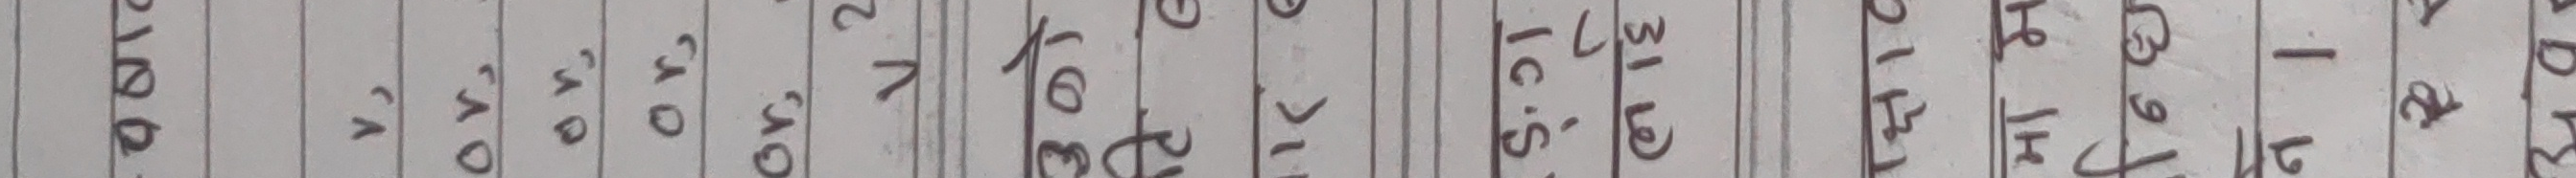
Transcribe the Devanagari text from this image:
डाटा
१ ८० ०। १२
१४। १५
१६। ५,
३।७।
८५।०,
४०,
४,
१०,
१०,
१०,
१०,
१००,
१००
१००,
१००
१००,
१००
१००,
१००,
१००,
१००,
१००,
१००,
१००,
१००,
१००,
१००,
१००,
१००,
१००,
१००,
१००,
१००,
१००,
१००,
१००,
१००,
१००,
१००,
१००,
१००,
१००,
१००,
१००,
१००,
१००,
१००,
१००,
१००,
१००,
१००,
१००,
१००,
१००,
१००,
१००,
१००,
१००,
१००,
१००,
१००,
१००,
१००,
१००,
१००,
१००,
१००,
१००,
१००,
१००,
१००,
१००,
१००,
१००,
१००,
१००,
१००,
१००,
१००,
१००,
१००,
१००,
१००,
१००,
१००,
१००,
१००,
१००,
१००,
१००,
१००,
१००,
१००,
१००,
१००,
१००,
१००,
१००,
१००,
१००,
१००,
१००,
१००,
१००,
१००,
१००,
१००,
१००,
१००,
१००,
१००,
१००,
१००,
१००,
१००,
१००,
१००,
१००,
१००,
१००,
१००,
१००,
१००,
१००,
१००,
१००,
१००,
१००,
१००,
१००,
१००,
१००,
१००,
१००,
१००,
१००,
१००,
१००,
१००,
१००,
१००,
१००,
१००,
१००,
१००,
१००,
१००,
१००,
१००,
१००,
१००,
१००,
१००,
१००,
१००,
१००,
१००,
१००,
१००,
१००,
१००,
१००,
१००,
१००,
१००,
१००,
१००,
१००,
१००,
१००,
१००,
१००,
१००,
१००,
१००,
१००,
१००,
१००,
१००,
१००,
१००,
१००,
१००,
१००,
१००,
१००,
१००,
१००,
१००,
१००,
१००,
१००,
१००,
१००,
१००,
१००,
१००,
१००,
१००,
१००,
१००,
१००,
१००,
१००,
१००,
१००,
१००,
१००,
१००,
१००,
१००,
१००,
१००,
१००,
१००,
१००,
१००,
१००,
१००,
१००,
१००,
१००,
१००,
१००,
१००,
१००,
१००,
१००,
१००,
१००,
१००,
१००,
१००,
१००,
१००,
१००,
१००,
१००,
१००,
१००,
१००,
१००,
१००,
१००,
१००,
१००,
१००,
१००,
१००,
१००,
१००,
१००,
१००,
१००,
१००,
१००,
१००,
१००,
१००,
१००,
१००,
१००,
१००,
१००,
१००,
१००,
१००,
१००,
१००,
१००,
१००,
१००,
१००,
१००,
१००,
१००,
१००,
१००,
१००,
१००,
१००,
१००,
१००,
१००,
१००,
१००,
१००,
१००,
१००,
१००,
१००,
१००,
१००,
१००,
१००,
१००,
१००,
१००,
१००,
१००,
१००,
१००,
१००,
१००,
१००,
१००,
१००,
१००,
१००,
१००,
१००,
१००,
१००,
१००,
१००,
१००,
१००,
१००,
१००,
१००,
१००,
१००,
१००,
१००,
१००,
१००,
१००,
१००,
१००,
१००,
१००,
१००,
१००,
१००,
१००,
१००,
१००,
१००,
१००,
१००,
१००,
१००,
१००,
१००,
१००,
१००,
१००,
१००,
१००,
१००,
१००,
१००,
१००,
१००,
१००,
१००,
१००,
१००,
१००,
१००,
१००,
१००,
१००,
१००,
१००,
१००,
१००,
१००,
१००,
१००,
१००,
१००,
१००,
१००,
१००,
१००,
१००,
१००,
१००,
१००,
१००,
१००,
१००,
१००,
१००,
१००,
१००,
१००,
१००,
१००,
१००,
१००,
१००,
१००,
१००,
१००,
१००,
१००,
१००,
१००,
१००,
१००,
१००,
१००,
१००,
१००,
१००,
१००,
१००,
१००,
१००,
१००,
१००,
१००,
१००,
१००,
१००,
१००,
१००,
१००,
१००,
१००,
१००,
१००,
१००,
१००,
१००,
१००,
१००,
१००,
१००,
१००,
१००,
१००,
१००,
१००,
१००,
१००,
१००,
१००,
१००,
१००,
१००,
१००,
१००,
१००,
१००,
१००,
१००,
१००,
१००,
१००,
१००,
१००,
१००,
१००,
१००,
१००,
१००,
१००,
१००,
१००,
१००,
१००,
१००,
१००,
१००,
१००,
१००,
१००,
१००,
१००,
१००,
१००,
१००,
१००,
१००,
१००,
१००,
१००,
१००,
१००,
१००,
१००,
१००,
१००,
१००,
१००,
१००,
१००,
१००,
१००,
१००,
१००,
१००,
१००,
१००,
१००,
१००,
१००,
१००,
१००,
१००,
१००,
१००,
१००,
१००,
१००,
१००,
१००,
१००,
१००,
१००,
१००,
१००,
१००,
१००,
१००,
१००,
१००,
१००,
१००,
१००,
१००,
१००,
१००,
१००,
१००,
१००,
१००,
१००,
१००,
१००,
१००,
१००,
१००,
१००,
१००,
१००,
१००,
१००,
१००,
१००,
१००,
१००,
१००,
१००,
१००,
१००,
१००,
१००,
१००,
१००,
१००,
१००,
१००,
१००,
१००,
१००,
१००,
१००,
१००,
१००,
१००,
१००,
१००,
१००,
१००,
१००,
१००,
१००,
१००,
१००,
१००,
१००,
१००,
१००,
१००,
१००,
१००,
१००,
१००,
१००,
१००,
१००,
१००,
१००,
१००,
१००,
१००,
१००,
१००,
१००,
१००,
१००,
१००,
१००,
१००,
१००,
१००,
१००,
१००,
१००,
१००,
१००,
१००,
१००,
१००,
१००,
१००,
१००,
१००,
१००,
१००,
१००,
१००,
१००,
१००,
१००,
१००,
१००,
१००,
१००,
१००,
१००,
१००,
१००,
१००,
१००,
१००,
१००,
१००,
१००,
१००,
१००,
१००,
१००,
१००,
१००,
१००,
१००,
१००,
१००,
१००,
१००,
१००,
१००,
१००,
१००,
१००,
१००,
१००,
१००,
१००,
१००,
१००,
१००,
१००,
१००,
१००,
१००,
१००,
१००,
१००,
१००,
१००,
१००,
१००,
१००,
१००,
१००,
१००,
१००,
१००,
१००,
१००,
१००,
१००,
१००,
१००,
१००,
१००,
१००,
१००,
१००,
१००,
१००,
१००,
१००,
१००,
१००,
१००,
१००,
१००,
१००,
१००,
१००,
१००,
१००,
१००,
१००,
१००,
१००,
१००,
१००,
१००,
१००,
१००,
१००,
१००,
१००,
१००,
१००,
१००,
१००,
१००,
१००,
१००,
१००,
१००,
१००,
१००,
१००,
१००,
१००,
१००,
१००,
१००,
१००,
१००,
१००,
१००,
१००,
१००,
१००,
१००,
१००,
१००,
१००,
१००,
१००,
१००,
१००,
१००,
१००,
१००,
१००,
१००,
१००,
१००,
१००,
१००,
१००,
१००,
१००,
१००,
१००,
१००,
१००,
१००,
१००,
१००,
१००,
१००,
१००,
१००,
१००,
१००,
१००,
१००,
१००,
१००,
१००,
१००,
१००,
१००,
१००,
१००,
१००,
१००,
१००,
१००,
१००,
१००,
१००,
१००,
१००,
१००,
१००,
१००,
१००,
१००,
१००,
१००,
१००,
१००,
१००,
१००,
१००,
१००,
१००,
१००,
१००,
१००,
१००,
१००,
१००,
१००,
१००,
१००,
१००,
१००,
१००,
१००,
१००,
१००,
१००,
१००,
१००,
१००,
१००,
१००,
१००,
१००,
१००,
१००,
१००,
१००,
१००,
१००,
१००,
१००,
१००,
१००,
१००,
१००,
१००,
१००,
१००,
१००,
१००,
१००,
१००,
१००,
१००,
१००,
१००,
१००,
१००,
१००,
१००,
१००,
१००,
१००,
१००,
१००,
१००,
१००,
१००,
१००,
१००,
१००,
१००,
१००,
१००,
१००,
१००,
१००,
१००,
१००,
१००,
१००,
१००,
१००,
१००,
१००,
१००,
१००,
१००,
१००,
१००,
१००,
१००,
१००,
१००,
१००,
१००,
१००,
१००,
१००,
१००,
१००,
१००,
१००,
१००,
१००,
१००,
१००,
१००,
१००,
१००,
१००,
१००,
१००,
१००,
१००,
१००,
१००,
१००,
१००,
१००,
१००,
१००,
१००,
१००,
१००,
१००,
१००,
१००,
१००,
१००,
१००,
१००,
१००,
१००,
१००,
१००,
१००,
१००,
१००,
१००,
१००,
१००,
१००,
१००,
१००,
१००,
१००,
१००,
१००,
१००,
१००,
१००,
१००,
१००,
१००,
१००,
१००,
१००,
१००,
१००,
१००,
१००,
१००,
१००,
१००,
१००,
१००,
१००,
१००,
१००,
१००,
१००,
१००,
१००,
१००,
१००,
१००,
१००,
१००,
१००,
१००,
१००,
१००,
१००,
१००,
१००,
१००,
१००,
१००,
१००,
१००,
१००,
१००,
१००,
१००,
१००,
१००,
१००,
१००,
१००,
१००,
१००,
१००,
१००,
१००,
१००,
१००,
१००,
१००,
१००,
१००,
१००,
१००,
१००,
१००,
१००,
१००,
१००,
१००,
१००,
१००,
१००,
१००,
१००,
१००,
१००,
१००,
१००,
१००,
१००,
१००,
१००,
१००,
१००,
१००,
१००,
१००,
१००,
१००,
१००,
१००,
१००,
१००,
१००,
१००,
१००,
१००,
१००,
१००,
१००,
१००,
१००,
१००,
१००,
१००,
१००,
१००,
१००,
१००,
१००,
१००,
१००,
१००,
१००,
१००,
१००,
१००,
१००,
१००,
१००,
१००,
१००,
१००,
१००,
१००,
१००,
१००,
१००,
१००,
१००,
१००,
१००,
१००,
१००,
१००,
१००,
१००,
१००,
१००,
१००,
१००,
१००,
१००,
१००,
१००,
१००,
१००,
१००,
१००,
१००,
१००,
१००,
१००,
१००,
१००,
१००,
१००,
१००,
१००,
१००,
१००,
१००,
१००,
१००,
१००,
१००,
१००,
१००,
१००,
१००,
१००,
१००,
१००,
१००,
१००,
१००,
१००,
१००,
१००,
१००,
१००,
१००,
१००,
१००,
१००,
१००,
१००,
१००,
१००,
१००,
१००,
१००,
१००,
१००,
१००,
१००,
१००,
१००,
१००,
१००,
१००,
१००,
१००,
१००,
१००,
१००,
१००,
१००,
१००,
१००,
१००,
१००,
१००,
१००,
१००,
१००,
१००,
१००,
१००,
१००,
१००,
१००,
१००,
१००,
१००,
१००,
१००,
१००,
१००,
१००,
१००,
१००,
१००,
१००,
१००,
१००,
१००,
१००,
१००,
१००,
१००,
१००,
१००,
१००,
१००,
१००,
१००,
१००,
१००,
१००,
१००,
१००,
१००,
१००,
१००,
१००,
१००,
१००,
१००,
१००,
१००,
१००,
१००,
१००,
१००,
१००,
१००,
१००,
१००,
१००,
१००,
१००,
१००,
१००,
१००,
१००,
१००,
१००,
१००,
१००,
१००,
१००,
१००,
१००,
१००,
१००,
१००,
१००,
१००,
१००,
१००,
१००,
१००,
१००,
१००,
१००,
१००,
१००,
१००,
१००,
१००,
१००,
१००,
१००,
१००,
१००,
१००,
१००,
१००,
१००,
१००,
१००,
१००,
१००,
१००,
१००,
१००,
१००,
१००,
१००,
१००,
१००,
१००,
१००,
१००,
१००,
१००,
१००,
१००,
१००,
१००,
१००,
१००,
१००,
१००,
१००,
१००,
१००,
१००,
१००,
१००,
१००,
१००,
१००,
१००,
१००,
१००,
१००,
१००,
१००,
१००,
१००,
१००,
१००,
१००,
१००,
१००,
१००,
१००,
१००,
१००,
१००,
१००,
१००,
१००,
१००,
१००,
१००,
१००,
१००,
१००,
१००,
१००,
१००,
१००,
१००,
१००,
१००,
१००,
१००,
१००,
१००,
१००,
१००,
१००,
१००,
१००,
१००,
१००,
१००,
१००,
१००,
१००,
१००,
१००,
१००,
१००,
१००,
१००,
१००,
१००,
१००,
१००,
१००,
१००,
१००,
१००,
१००,
१००,
१००,
१००,
१००,
१००,
१००,
१००,
१००,
१००,
१००,
१००,
१००,
१००,
१००,
१००,
१००,
१००,
१००,
१००,
१००,
१००,
१००,
१००,
१००,
१००,
१००,
१००,
१००,
१००,
१००,
१००,
१००,
१००,
१००,
१००,
१००,
१००,
१००,
१००,
१००,
१००,
१००,
१००,
१००,
१००,
१००,
१००,
१००,
१००,
१००,
१००,
१००,
१००,
१००,
१००,
१००,
१००,
१००,
१००,
१००,
१००,
१००,
१००,
१००,
१००,
१००,
१००,
१००,
१००,
१००,
१००,
१००,
१००,
१००,
१००,
१००,
१००,
१००,
१००,
१००,
१००,
१००,
१००,
१००,
१००,
१००,
१००,
१००,
१००,
१००,
१००,
१००,
१००,
१००,
१००,
१००,
१००,
१००,
१००,
१००,
१००,
१००,
१००,
१००,
१००,
१००,
१००,
१००,
१००,
१००,
१००,
१००,
१००,
१००,
१००,
१००,
१००,
१००,
१००,
१००,
१००,
१००,
१००,
१००,
१००,
१००,
१००,
१००,
१००,
१००,
१००,
१००,
१००,
१००,
१००,
१००,
१००,
१००,
१००,
१००,
१००,
१००,
१००,
१००,
१००,
१००,
१००,
१००,
१००,
१००,
१००,
१००,
१००,
१००,
१००,
१००,
१००,
१००,
१००,
१००,
१००,
१००,
१००,
१००,
१००,
१००,
१००,
१००,
१००,
१००,
१००,
१००,
१००,
१००,
१००,
१००,
१००,
१००,
१००,
१००,
१००,
१००,
१००,
१००,
१००,
१००,
१००,
१००,
१००,
१००,
१००,
१००,
१००,
१००,
१००,
१००,
१००,
१००,
१००,
१००,
१००,
१००,
१००,
१००,
१००,
१००,
१००,
१००,
१००,
१००,
१००,
१००,
१००,
१००,
१००,
१००,
१००,
१००,
१००,
१००,
१००,
१००,
१००,
१००,
१००,
१००,
१००,
१००,
१००,
१००,
१००,
१००,
१००,
१००,
१००,
१००,
१००,
१००,
१००,
१००,
१००,
१००,
१००,
१००,
१००,
१००,
१००,
१००,
१००,
१००,
१००,
१००,
१००,
१००,
१००,
१००,
१००,
१००,
१००,
१००,
१००,
१००,
१००,
१००,
१००,
१००,
१००,
१००,
१००,
१००,
१००,
१००,
१००,
१००,
१००,
१००,
१००,
१००,
१००,
१००,
१००,
१००,
१००,
१००,
१००,
१००,
१००,
१००,
१००,
१००,
१००,
१००,
१००,
१००,
१००,
१००,
१००,
१००,
१००,
१००,
१००,
१००,
१००,
१००,
१००,
१००,
१००,
१००,
१००,
१००,
१००,
१००,
१००,
१००,
१००,
१००,
१००,
१००,
१००,
१००,
१००,
१००,
१००,
१००,
१००,
१००,
१००,
१००,
१००,
१००,
१००,
१००,
१००,
१००,
१००,
१००,
१००,
१००,
१००,
१००,
१००,
१००,
१००,
१००,
१००,
१००,
१००,
१००,
१००,
१००,
१००,
१००,
१००,
१००,
१००,
१००,
१००,
१००,
१००,
१००,
१००,
१००,
१००,
१००,
१००,
१००,
१००,
१००,
१००,
१००,
१००,
१००,
१००,
१००,
१००,
१००,
१००,
१००,
१००,
१००,
१००,
१००,
१००,
१००,
१००,
१००,
१००,
१००,
१००,
१००,
१००,
१००,
१००,
१००,
१००,
१००,
१००,
१००,
१००,
१००,
१००,
१००,
१००,
१००,
१००,
१००,
१००,
१००,
१००,
१००,
१००,
१००,
१००,
१००,
१००,
१००,
१००,
१००,
१००,
१००,
१००,
१००,
१००,
१००,
१००,
१००,
१००,
१००,
१००,
१००,
१००,
१००,
१००,
१००,
१००,
१००,
१००,
१००,
१००,
१००,
१००,
१००,
१००,
१००,
१००,
१००,
१००,
१००,
१००,
१००,
१००,
१००,
१००,
१००,
१००,
१००,
१००,
१००,
१००,
१००,
१००,
१००,
१००,
१००,
१००,
१००,
१००,
१००,
१००,
१००,
१००,
१००,
१००,
१००,
१००,
१००,
१००,
१००,
१००,
१००,
१००,
१००,
१००,
१००,
१००,
१००,
१००,
१००,
१००,
१००,
१००,
१००,
१००,
१००,
१००,
१००,
१००,
१००,
१००,
१००,
१००,
१००,
१००,
१००,
१००,
१००,
१००,
१००,
१००,
१००,
१००,
१००,
१००,
१००,
१००,
१००,
१००,
१००,
१००,
१००,
१००,
१००,
१००,
१००,
१००,
१००,
१००,
१००,
१००,
१००,
१००,
१००,
१००,
१००,
१००,
१००,
१००,
१००,
१००,
१००,
१००,
१००,
१००,
१००,
१००,
१००,
१००,
१००,
१००,
१००,
१००,
१००,
१००,
१००,
१००,
१००,
१००,
१००,
१००,
१००,
१००,
१००,
१००,
१००,
१००,
१००,
१००,
१००,
१००,
१००,
१००,
१००,
१००,
१००,
१००,
१००,
१००,
१००,
१००,
१००,
१००,
१००,
१००,
१००,
१००,
१००,
१००,
१००,
१००,
१००,
१००,
१००,
१००,
१००,
१००,
१००,
१००,
१००,
१००,
१००,
१००,
१००,
१००,
१००,
१००,
१००,
१००,
१००,
१००,
१००,
१००,
१००,
१००,
१००,
१००,
१००,
१००,
१००,
१००,
१००,
१००,
१००,
१००,
१००,
१००,
१००,
१००,
१००,
१००,
१००,
१००,
१००,
१००,
१००,
१००,
१००,
१००,
१००,
१००,
१००,
१००,
१००,
१००,
१००,
१००,
१००,
१००,
१००,
१००,
१००,
१००,
१००,
१००,
१००,
१००,
१००,
१००,
१००,
१००,
१००,
१००,
१००,
१००,
१००,
१००,
१००,
१००,
१००,
१००,
१००,
१००,
१००,
१००,
१००,
१००,
१००,
१००,
१००,
१००,
१००,
१००,
१००,
१००,
१००,
१००,
१००,
१००,
१००,
१००,
१००,
१००,
१००,
१००,
१००,
१००,
१००,
१००,
१००,
१००,
१००,
१००,
१००,
१००,
१००,
१००,
१००,
१००,
१००,
१००,
१००,
१००,
१००,
१००,
१००,
१००,
१००,
१००,
१००,
१००,
१००,
१००,
१००,
१००,
१००,
१००,
१००,
१००,
१००,
१००,
१००,
१००,
१००,
१००,
१००,
१००,
१००,
१००,
१००,
१००,
१००,
१००,
१००,
१००,
१००,
१००,
१००,
१००,
१००,
१००,
१००,
१००,
१००,
१००,
१००,
१००,
१००,
१००,
१००,
१००,
१००,
१००,
१००,
१००,
१००,
१००,
१००,
१००,
१००,
१००,
१००,
१००,
१००,
१००,
१००,
१००,
१००,
१००,
१००,
१००,
१००,
१००,
१००,
१००,
१००,
१००,
१००,
१००,
१००,
१००,
१००,
१००,
१००,
१००,
१००,
१००,
१००,
१००,
१००,
१००,
१००,
१००,
१००,
१००,
१००,
१००,
१००,
१००,
१००,
१००,
१००,
१००,
१००,
१००,
१००,
१००,
१००,
१००,
१००,
१००,
१००,
१००,
१००,
१००,
१००,
१००,
१००,
१००,
१००,
१००,
१००,
१००,
१००,
१००,
१००,
१००,
१००,
१००,
१००,
१००,
१००,
१००,
१००,
१००,
१००,
१००,
१००,
१००,
१००,
१००,
१००,
१००,
१००,
१००,
१००,
१००,
१००,
१००,
१००,
१००,
१००,
१००,
१००,
१००,
१००,
१००,
१००,
१००,
१००,
१००,
१००,
१००,
१००,
१००,
१००,
१००,
१००,
१००,
१००,
१००,
१००,
१००,
१००,
१००,
१००,
१००,
१००,
१००,
१००,
१००,
१००,
१००,
१००,
१००,
१००,
१००,
१००,
१००,
१००,
१००,
१००,
१००,
१००,
१००,
१००,
१००,
१००,
१००,
१००,
१००,
१००,
१००,
१००,
१००,
१००,
१००,
१००,
१००,
१००,
१००,
१००,
१००,
१००,
१००,
१००,
१००,
१००,
१००,
१००,
१००,
१००,
१००,
१००,
१००,
१००,
१००,
१००,
१००,
१००,
१००,
१००,
१००,
१००,
१००,
१००,
१००,
१००,
१००,
१००,
१००,
१००,
१००,
१००,
१००,
१००,
१००,
१००,
१००,
१००,
१००,
१००,
१००,
१००,
१००,
१००,
१००,
१००,
१००,
१००,
१००,
१००,
१००,
१००,
१००,
१००,
१००,
१००,
१००,
१००,
१००,
१००,
१००,
१००,
१००,
१००,
१००,
१००,
१००,
१००,
१००,
१००,
१००,
१००,
१००,
१००,
१००,
१००,
१००,
१००,
१००,
१००,
१००,
१००,
१००,
१००,
१००,
१००,
१००,
१००,
१००,
१००,
१००,
१००,
१००,
१००,
१००,
१००,
१००,
१००,
१००,
१००,
१००,
१००,
१००,
१००,
१००,
१००,
१००,
१००,
१००,
१००,
१००,
१००,
१००,
१००,
१००,
१००,
१००,
१००,
१००,
१००,
१००,
१००,
१००,
१००,
१००,
१००,
१००,
१००,
१००,
१००,
१००,
१००,
१००,
१००,
१००,
१००,
१००,
१००,
१००,
१००,
१००,
१००,
१००,
१००,
१००,
१००,
१००,
१००,
१००,
१००,
१००,
१००,
१००,
१००,
१००,
१००,
१००,
१००,
१००,
१००,
१००,
१००,
१००,
१००,
१००,
१००,
१००,
१००,
१००,
१००,
१००,
१००,
१००,
१००,
१००,
१००,
१००,
१००,
१००,
१००,
१००,
१००,
१००,
१००,
१००,
१००,
१००,
१००,
१००,
१००,
१००,
१००,
१००,
१००,
१००,
१००,
१००,
१००,
१००,
१००,
१००,
१००,
१००,
१००,
१००,
१००,
१००,
१००,
१००,
१००,
१००,
१००,
१००,
१००,
१००,
१००,
१००,
१००,
१००,
१००,
१००,
१००,
१००,
१००,
१००,
१००,
१००,
१००,
१००,
१००,
१००,
१००,
१००,
१००,
१००,
१००,
१००,
१००,
१००,
१००,
१००,
१००,
१००,
१००,
१००,
१००,
१००,
१००,
१००,
१००,
१००,
१००,
१००,
१००,
१००,
१००,
१००,
१००,
१००,
१००,
१००,
१००,
१००,
१००,
१००,
१००,
१००,
१००,
१००,
१००,
१००,
१००,
१००,
१००,
१००,
१००,
१००,
१००,
१००,
१००,
१००,
१००,
१००,
१००,
१००,
१००,
१००,
१००,
१००,
१००,
१००,
१००,
१००,
१००,
१००,
१००,
१००,
१००,
१००,
१००,
१००,
१००,
१००,
१००,
१००,
१००,
१००,
१००,
१००,
१००,
१००,
१००,
१००,
१००,
१००,
१००,
१००,
१००,
१००,
१००,
१००,
१००,
१००,
१००,
१००,
१००,
१००,
१००,
१००,
१००,
१००,
१००,
१००,
१००,
१००,
१००,
१००,
१००,
१००,
१००,
१००,
१००,
१००,
१००,
१००,
१००,
१००,
१००,
१००,
१००,
१००,
१००,
१००,
१००,
१००,
१००,
१००,
१००,
१००,
१००,
१००,
१००,
१००,
१००,
१००,
१००,
१००,
१००,
१००,
१००,
१००,
१००,
१००,
१००,
१००,
१००,
१००,
१००,
१००,
१००,
१००,
१००,
१००,
१००,
१००,
१००,
१००,
१००,
१००,
१००,
१००,
१००,
१००,
१००,
१००,
१००,
१००,
१००,
१००,
१००,
१००,
१००,
१००,
१००,
१००,
१००,
१००,
१००,
१००,
१००,
१००,
१००,
१००,
१००,
१००,
१००,
१००,
१००,
१००,
१००,
१००,
१००,
१००,
१००,
१००,
१००,
१००,
१००,
१००,
१००,
१००,
१००,
१००,
१००,
१००,
१००,
१००,
१००,
१००,
१००,
१००,
१००,
१००,
१००,
१००,
१००,
१००,
१००,
१००,
१००,
१००,
१००,
१००,
१००,
१००,
१००,
१००,
१००,
१००,
१००,
१००,
१००,
१००,
१००,
१००,
१००,
१००,
१००,
१००,
१००,
१००,
१००,
१००,
१००,
१००,
१००,
१००,
१००,
१००,
१००,
१००,
१००,
१००,
१००,
१००,
१००,
१००,
१००,
१००,
१००,
१००,
१००,
१००,
१००,
१००,
१००,
१००,
१००,
१००,
१००,
१००,
१००,
१००,
१००,
१००,
१००,
१००,
१००,
१००,
१००,
१००,
१००,
१००,
१००,
१००,
१००,
१००,
१००,
१००,
१००,
१००,
१००,
१००,
१००,
१००,
१००,
१००,
१००,
१००,
१००,
१००,
१००,
१००,
१००,
१००,
१००,
१००,
१००,
१००,
१००,
१००,
१००,
१००,
१००,
१००,
१००,
१००,
१००,
१००,
१००,
१००,
१००,
१००,
१००,
१००,
१००,
१००,
१००,
१००,
१००,
१००,
१००,
१००,
१००,
१००,
१००,
१००,
१००,
१००,
१००,
१००,
१००,
१००,
१००,
१००,
१००,
१००,
१००,
१००,
१००,
१००,
१००,
१००,
१००,
१००,
१००,
१००,
१००,
१००,
१००,
१००,
१००,
१००,
१००,
१००,
१००,
१००,
१००,
१००,
१००,
१००,
१००,
१००,
१००,
१००,
१००,
१००,
१००,
१००,
१००,
१००,
१००,
१००,
१००,
१००,
१००,
१००,
१००,
१००,
१००,
१००,
१००,
१००,
१००,
१००,
१००,
१००,
१००,
१००,
१००,
१००,
१००,
१००,
१००,
१००,
१००,
१००,
१००,
१००,
१००,
१००,
१००,
१००,
१००,
१००,
१००,
१००,
१००,
१००,
१००,
१००,
१००,
१००,
१००,
१००,
१००,
१००,
१००,
१००,
१००,
१००,
१००,
१००,
१००,
१००,
१००,
१००,
१००,
१००,
१००,
१००,
१००,
१००,
१००,
१००,
१००,
१००,
१००,
१००,
१००,
१००,
१००,
१००,
१००,
१००,
१००,
१००,
१००,
१००,
१००,
१००,
१००,
१००,
१००,
१००,
१००,
१००,
१००,
१००,
१००,
१००,
१००,
१००,
१००,
१००,
१००,
१००,
१००,
१००,
१००,
१००,
१००,
१००,
१००,
१००,
१००,
१००,
१००,
१००,
१००,
१००,
१००,
१००,
१००,
१००,
१००,
१००,
१००,
१००,
१००,
१००,
१००,
१००,
१००,
१००,
१००,
१००,
१००,
१००,
१००,
१००,
१००,
१००,
१००,
१००,
१००,
१००,
१००,
१००,
१००,
१००,
१००,
१००,
१००,
१००,
१००,
१००,
१००,
१००,
१००,
१००,
१००,
१००,
१००,
१००,
१००,
१००,
१००,
१००,
१००,
१००,
१००,
१००,
१००,
१००,
१००,
१००,
१००,
१००,
१००,
१००,
१००,
१००,
१००,
१००,
१००,
१००,
१००,
१००,
१००,
१००,
१००,
१००,
१००,
१००,
१००,
१००,
१००,
१००,
१००,
१००,
१००,
१००,
१००,
१००,
१००,
१००,
१००,
१००,
१००,
१००,
१००,
१००,
१००,
१००,
१००,
१००,
१००,
१००,
१००,
१००,
१००,
१००,
१००,
१००,
१००,
१००,
१००,
१००,
१००,
१००,
१००,
१००,
१००,
१००,
१००,
१००,
१००,
१००,
१००,
१००,
१००,
१००,
१००,
१००,
१००,
१००,
१००,
१००,
१००,
१००,
१००,
१००,
१००,
१००,
१००,
१००,
१००,
१००,
१००,
१००,
१००,
१००,
१००,
१००,
१००,
१००,
१००,
१००,
१००,
१००,
१००,
१००,
१००,
१००,
१००,
१००,
१००,
१००,
१००,
१००,
१००,
१००,
१००,
१००,
१००,
१००,
१००,
१००,
१००,
१००,
१००,
१००,
१००,
१००,
१००,
१००,
१००,
१००,
१००,
१००,
१००,
१००,
१००,
१००,
१००,
१००,
१००,
१००,
१००,
१००,
१००,
१००,
१००,
१००,
१००,
१००,
१००,
१००,
१००,
१००,
१००,
१००,
१००,
१००,
१००,
१००,
१००,
१००,
१००,
१००,
१००,
१००,
१००,
१००,
१००,
१००,
१००,
१००,
१००,
१००,
१००,
१००,
१००,
१००,
१००,
१००,
१००,
१००,
१००,
१००,
१००,
१००,
१००,
१००,
१००,
१००,
१००,
१००,
१००,
१००,
१००,
१००,
१००,
१००,
१००,
१००,
१००,
१००,
१००,
१००,
१००,
१००,
१००,
१००,
१००,
१००,
१००,
१००,
१००,
१००,
१००,
१००,
१००,
१००,
१००,
१००,
१००,
१००,
१००,
१००,
१००,
१००,
१००,
१००,
१००,
१००,
१००,
१००,
१००,
१००,
१००,
१००,
१००,
१००,
१००,
१००,
१००,
१००,
१००,
१००,
१००,
१००,
१००,
१००,
१००,
१००,
१००,
१००,
१००,
१००,
१००,
१००,
१००,
१००,
१००,
१००,
१००,
१००,
१००,
१००,
१००,
१००,
१००,
१००,
१००,
१००,
१००,
१००,
१००,
१००,
१००,
१००,
१००,
१००,
१००,
१००,
१००,
१००,
१००,
१००,
१००,
१००,
१००,
१००,
१००,
१००,
१००,
१००,
१००,
१००,
१००,
१००,
१००,
१००,
१००,
१००,
१००,
१००,
१००,
१००,
१००,
१००,
१००,
१००,
१००,
१००,
१००,
१००,
१००,
१००,
१००,
१००,
१००,
१००,
१००,
१००,
१००,
१००,
१००,
१००,
१००,
१००,
१००,
१००,
१००,
१००,
१००,
१००,
१००,
१००,
१००,
१००,
१००,
१००,
१००,
१००,
१००,
१००,
१००,
१००,
१००,
१००,
१००,
१००,
१००,
१००,
१००,
१००,
१००,
१००,
१००,
१००,
१००,
१००,
१००,
१००,
१००,
१००,
१००,
१००,
१००,
१००,
१००,
१००,
१००,
१००,
१००,
१००,
१००,
१००,
१००,
१००,
१००,
१००,
१००,
१००,
१००,
१००,
१००,
१००,
१००,
१००,
१००,
१००,
१००,
१००,
१००,
१००,
१००,
१००,
१००,
१००,
१००,
१००,
१००,
१००,
१००,
१००,
१००,
१००,
१००,
१००,
१००,
१००,
१००,
१००,
१००,
१००,
१००,
१००,
१००,
१००,
१००,
१००,
१००,
१००,
१००,
१००,
१००,
१००,
१००,
१००,
१००,
१००,
१००,
१००,
१००,
१००,
१००,
१००,
१००,
१००,
१००,
१००,
१००,
१००,
१००,
१००,
१००,
१००,
१००,
१००,
१००,
१००,
१००,
१००,
१००,
१००,
१००,
१००,
१००,
१००,
१००,
१००,
१००,
१००,
१००,
१००,
१००,
१००,
१००,
१००,
१००,
१००,
१००,
१००,
१००,
१००,
१००,
१००,
१००,
१००,
१००,
१००,
१००,
१००,
१००,
१००,
१००,
१००,
१००,
१००,
१००,
१००,
१००,
१००,
१००,
१००,
१००,
१००,
१००,
१००,
१००,
१००,
१००,
१००,
१००,
१००,
१००,
१००,
१००,
१००,
१००,
१००,
१००,
१००,
१००,
१००,
१००,
१००,
१००,
१००,
१००,
१००,
१००,
१००,
१००,
१००,
१००,
१००,
१००,
१००,
१००,
१००,
१००,
१००,
१००,
१००,
१००,
१००,
१००,
१००,
१००,
१००,
१००,
१००,
१००,
१००,
१००,
१००,
१००,
१००,
१००,
१००,
१००,
१००,
१००,
१००,
१००,
१००,
१००,
१००,
१००,
१००,
१००,
१००,
१००,
१००,
१००,
१००,
१००,
१००,
१००,
१००,
१००,
१००,
१००,
१००,
१००,
१००,
१००,
१००,
१००,
१००,
१००,
१००,
१००,
१००,
१००,
१००,
१००,
१००,
१००,
१००,
१००,
१००,
१००,
१००,
१००,
१००,
१००,
१००,
१००,
१००,
१००,
१००,
१००,
१००,
१००,
१००,
१००,
१००,
१००,
१००,
१००,
१००,
१००,
१००,
१००,
१००,
१००,
१००,
१००,
१००,
१००,
१००,
१००,
१००,
१००,
१००,
१००,
१००,
१००,
१००,
१००,
१००,
१००,
१००,
१००,
१००,
१००,
१००,
१००,
१००,
१००,
१००,
१००,
१००,
१००,
१००,
१००,
१००,
१००,
१००,
१००,
१००,
१००,
१००,
१००,
१००,
१००,
१००,
१००,
१००,
१००,
१००,
१००,
१००,
१००,
१००,
१००,
१००,
१००,
१००,
१००,
१००,
१००,
१००,
१००,
१००,
१००,
१००,
१००,
१००,
१००,
१००,
१००,
१००,
१००,
१००,
१००,
१००,
१००,
१००,
१००,
१००,
१००,
१००,
१००,
१००,
१००,
१००,
१००,
१००,
१००,
१००,
१००,
१००,
१००,
१००,
१००,
१००,
१००,
१००,
१००,
१००,
१००,
१००,
१००,
१००,
१००,
१००,
१००,
१००,
१००,
१००,
१००,
१००,
१००,
१००,
१००,
१००,
१००,
१००,
१००,
१००,
१००,
१००,
१००,
१००,
१००,
१००,
१००,
१००,
१००,
१००,
१००,
१००,
१००,
१००,
१००,
१००,
१००,
१००,
१००,
१००,
१००,
१००,
१००,
१००,
१००,
१००,
१००,
१००,
१००,
१००,
१००,
१००,
१००,
१००,
१००,
१००,
१००,
१००,
१००,
१००,
१००,
१००,
१००,
१००,
१००,
१००,
१००,
१००,
१००,
१००,
१००,
१००,
१००,
१००,
१००,
१००,
१००,
१००,
१००,
१००,
१००,
१००,
१००,
१००,
१००,
१००,
१००,
१००,
१००,
१००,
१००,
१००,
१००,
१००,
१००,
१००,
१००,
१००,
१००,
१००,
१००,
१००,
१००,
१००,
१००,
१००,
१००,
१००,
१००,
१००,
१००,
१००,
१००,
१००,
१००,
१००,
१००,
१००,
१००,
१००,
१००,
१००,
१००,
१००,
१००,
१००,
१००,
१००,
१००,
१००,
१००,
१००,
१००,
१००,
१००,
१००,
१००,
१००,
१००,
१००,
१००,
१००,
१००,
१००,
१००,
१००,
१००,
१००,
१००,
१००,
१००,
१००,
१००,
१००,
१००,
१००,
१००,
१००,
१००,
१००,
१००,
१००,
१००,
१००,
१००,
१००,
१००,
१००,
१००,
१००,
१००,
१००,
१००,
१००,
१००,
१००,
१००,
१००,
१००,
१००,
१००,
१००,
१००,
१००,
१००,
१००,
१००,
१००,
१००,
१००,
१००,
१००,
१००,
१००,
१००,
१००,
१००,
१००,
१००,
१००,
१००,
१००,
१००,
१००,
१००,
१००,
१००,
१००,
१००,
१००,
१००,
१००,
१००,
१००,
१००,
१००,
१००,
१००,
१००,
१००,
१००,
१००,
१००,
१००,
१००,
१००,
१००,
१००,
१००,
१००,
१००,
१००,
१००,
१००,
१००,
१००,
१००,
१००,
१००,
१००,
१००,
१००,
१००,
१००,
१००,
१००,
१००,
१००,
१००,
१००,
१००,
१००,
१००,
१००,
१००,
१००,
१००,
१००,
१००,
१००,
१००,
१००,
१००,
१००,
१००,
१००,
१००,
१००,
१००,
१००,
१००,
१००,
१००,
१००,
१००,
१००,
१००,
१००,
१००,
१००,
१००,
१००,
१००,
१००,
१००,
१००,
१००,
१००,
१००,
१००,
१००,
१००,
१००,
१००,
१००,
१००,
१००,
१००,
१००,
१००,
१००,
१००,
१००,
१००,
१००,
१००,
१००,
१००,
१००,
१००,
१००,
१००,
१००,
१००,
१००,
१००,
१००,
१००,
१००,
१००,
१००,
१००,
१००,
१००,
१००,
१००,
१००,
१००,
१००,
१००,
१००,
१००,
१००,
१००,
१००,
१००,
१००,
१००,
१००,
१००,
१००,
१००,
१००,
१००,
१००,
१००,
१००,
१००,
१००,
१००,
१००,
१००,
१००,
१००,
१००,
१००,
१००,
१००,
१००,
१००,
१००,
१००,
१००,
१००,
१००,
१००,
१००,
१००,
१००,
१००,
१००,
१००,
१००,
१००,
१००,
१००,
१००,
१००,
१००,
१००,
१००,
१००,
१००,
१००,
१००,
१००,
१००,
१००,
१००,
१००,
१००,
१००,
१००,
१००,
१००,
१००,
१००,
१००,
१००,
१००,
१००,
१००,
१००,
१००,
१००,
१००,
१००,
१००,
१००,
१००,
१००,
१००,
१००,
१००,
१००,
१००,
१००,
१००,
१००,
१००,
१००,
१००,
१००,
१००,
१००,
१००,
१००,
१००,
१००,
१००,
१००,
१००,
१००,
१००,
१००,
१००,
१००,
१००,
१००,
१००,
१००,
१००,
१००,
१००,
१००,
१००,
१००,
१००,
१००,
१००,
१००,
१००,
१००,
१००,
१००,
१००,
१००,
१००,
१००,
१००,
१००,
१००,
१००,
१००,
१००,
१००,
१००,
१००,
१००,
१००,
१००,
१००,
१००,
१००,
१००,
१००,
१००,
१००,
१००,
१००,
१००,
१००,
१००,
१००,
१००,
१००,
१००,
१००,
१००,
१००,
१००,
१००,
१००,
१००,
१००,
१००,
१००,
१००,
१००,
१००,
१००,
१००,
१००,
१००,
१००,
१००,
१००,
१००,
१००,
१००,
१००,
१००,
१००,
१००,
१००,
१००,
१००,
१००,
१००,
१००,
१००,
१००,
१००,
१००,
१००,
१००,
१००,
१००,
१००,
१००,
१००,
१००,
१००,
१००,
१००,
१००,
१००,
१००,
१००,
१००,
१००,
१००,
१००,
१००,
१००,
१००,
१००,
१००,
१००,
१००,
१००,
१००,
१००,
१००,
१००,
१००,
१००,
१००,
१००,
१००,
१००,
१००,
१००,
१००,
१००,
१००,
१००,
१००,
१००,
१००,
१००,
१००,
१००,
१००,
१००,
१००,
१००,
१००,
१००,
१००,
१००,
१००,
१००,
१००,
१००,
१००,
१००,
१००,
१००,
१००,
१००,
१००,
१००,
१००,
१००,
१००,
१००,
१००,
१००,
१००,
१००,
१००,
१००,
१००,
१००,
१००,
१००,
१००,
१००,
१००,
१००,
१००,
१००,
१००,
१००,
१००,
१००,
१००,
१००,
१००,
१००,
१००,
१००,
१००,
१००,
१००,
१००,
१००,
१००,
१००,
१००,
१००,
१००,
१००,
१००,
१००,
१००,
१००,
१००,
१००,
१००,
१००,
१००,
१००,
१००,
१००,
१००,
१००,
१००,
१००,
१००,
१००,
१००,
१००,
१००,
१००,
१००,
१००,
१००,
१००,
१००,
१००,
१००,
१००,
१००,
१००,
१००,
१००,
१००,
१००,
१००,
१००,
१००,
१००,
१००,
१००,
१००,
१००,
१००,
१००,
१००,
१००,
१००,
१००,
१००,
१००,
१००,
१००,
१००,
१००,
१००,
१००,
१००,
१००,
१००,
१००,
१००,
१००,
१००,
१००,
१००,
१००,
१००,
१००,
१००,
१००,
१००,
१००,
१००,
१००,
१००,
१००,
१००,
१००,
१००,
१००,
१००,
१००,
१००,
१००,
१००,
१००,
१००,
१००,
१००,
१००,
१००,
१००,
१००,
१००,
१००,
१००,
१००,
१००,
१००,
१००,
१००,
१००,
१००,
१००,
१००,
१००,
१००,
१००,
१००,
१००,
१००,
१००,
१००,
१००,
१००,
१००,
१००,
१००,
१००,
१००,
१००,
१००,
१००,
१००,
१००,
१००,
१००,
१००,
१००,
१००,
१००,
१००,
१००,
१००,
१००,
१००,
१००,
१००,
१००,
१००,
१००,
१००,
१००,
१००,
१००,
१००,
१००,
१००,
१००,
१००,
१००,
१००,
१००,
१००,
१००,
१००,
१००,
१००,
१००,
१००,
१००,
१००,
१००,
१००,
१००,
१००,
१००,
१००,
१००,
१००,
१००,
१००,
१००,
१००,
१००,
१००,
१००,
१००,
१००,
१००,
१००,
१००,
१००,
१००,
१००,
१००,
१००,
१००,
१००,
१००,
१००,
१००,
१००,
१००,
१००,
१००,
१००,
१००,
१००,
१००,
१००,
१००,
१००,
१००,
१००,
१००,
१००,
१००,
१००,
१००,
१००,
१००,
१००,
१००,
१००,
१००,
१००,
१००,
१००,
१००,
१००,
१००,
१००,
१००,
१००,
१००,
१००,
१००,
१००,
१००,
१००,
१००,
१००,
१००,
१००,
१००,
१००,
१००,
१००,
१००,
१००,
१००,
१००,
१००,
१००,
१००,
१००,
१००,
१००,
१००,
१००,
१००,
१००,
१००,
१००,
१००,
१००,
१००,
१००,
१००,
१००,
१००,
१००,
१००,
१००,
१००,
१००,
१००,
१००,
१००,
१००,
१००,
१००,
१००,
१००,
१००,
१००,
१००,
१००,
१००,
१००,
१००,
१००, १२०,
२०,
१२०,
१२०,
१२०,
१२०,
१२०,
१२०,
१२०,
१२०,
१२०,
१२०,
१२०,
१२०,
१२०,
१२०,
१२०,
१२०,
१२०,
१२०,
१२०,
१२०,
१२०,
१२०,
१२०,
१२०,
१२०,
१२०,
१२०,
१२०,
१२०,
१२०,
१२०,
१२०,
१२०,
१२०,
१२०,
१२०,
१२०,
१२०,
१२०,
१२०,
१२०,
१२०,
१२०,
१२०,
१२०,
१२०,
१२०,
१२०,
१२०,
१२०,
१२०,
१२०,
१२०,
१२०,
१२०,
१२०,
१२०,
१२०,
१२०,
१२०,
१२०,
१२०,
१२०,
१२०,
१२०,
१२०,
१२०,
१२०,
१२०,
१२०,
१२०,
१२०,
१२०,
१२०,
१२०,
१२०,
१२०,
१२०,
१२०,
१२०,
१२०,
१२०,
१२०,
१२०,
१२०,
१२०,
१२०,
१२०,
१२०,
१२०,
१२०,
१२०,
१२०,
१२०,
१२०,
१२०,
१२०,
१२०,
१२०,
१२०,
१२०,
१२०,
१२०,
१२०,
१२०,
१२०,
१२०,
१२०,
१२०,
१२०,
१२०,
१२०,
१२०,
१२०,
१२०,
१२०,
१२०,
१२०,
१२०,
१२०,
१२०,
१२०,
१२०,
१२०,
१२०,
१२०,
१२०,
१२०,
१२०,
१२०,
१२०,
१२०,
१२०,
१२०,
१२०,
१२०,
१२०,
१२०,
१२०,
१२०,
१२०,
१२०,
१२०,
१२०,
१२०,
१२०,
१२०,
१२०,
१२०,
१२०,
१२०,
१२०,
१२०,
१२०,
१२०,
१२०,
१२०,
१२०,
१२०,
१२०,
१२०,
१२०,
१२०,
१२०,
१२०,
१२०,
१२०,
१२०,
१२०,
१२०,
१२०,
१२०,
१२०,
१२०,
१२०,
१२०,
१२०,
१२०,
१२०,
१२०,
१२०,
१२०,
१२०,
१२०,
१२०,
१२०,
१२०,
१२०,
१२०,
१२०,
१२०,
१२०,
१२०,
१२०,
१२०,
१२०,
१२०,
१२०,
१२०,
१२०,
१२०,
१२०,
१२०,
१२०,
१२०,
१२०,
१२०,
१२०,
१२०,
१२०,
१२०,
१२०,
१२०,
१२०,
१२०,
१२०,
१२०,
१२०,
१२०,
१२०,
१२०,
१२०,
१२०,
१२०,
१२०,
१२०,
१२०,
१२०,
१२०,
१२०,
१२०,
१२०,
१२०,
१२०,
१२०,
१२०,
१२०,
१२०,
१२०,
१२०,
१२०,
१२०,
१२०,
१२०,
१२०,
१२०,
१२०,
१२०,
१२०,
१२०,
१२०,
१२०,
१२०,
१२०,
१२०,
१२०,
१२०,
१२०,
१२०,
१२०,
१२०,
१२०,
१२०,
१२०,
१२०,
१२०,
१२०,
१२०,
१२०,
१२०,
१२०,
१२०,
१२०,
१२०,
१२०,
१२०,
१२०,
१२०,
१२०,
१२०,
१२०,
१२०,
१२०,
१२०,
१२०,
१२०,
१२०,
१२०,
१२०,
१२०,
१२०,
१२०,
१२०,
१२०,
१२०,
१२०,
१२०,
१२०,
१२०,
१२०,
१२०,
१२०,
१२०,
१२०,
१२०,
१२०,
१२०,
१२०,
१२०,
१२०,
१२०,
१२०,
१२०,
१२०,
१२०,
१२०,
१२०,
१२०,
१२०,
१२०,
१२०,
१२०,
१२०,
१२०,
१२०,
१२०,
१२०,
१२०,
१२०,
१२०,
१२०,
१२०,
१२०,
१२०,
१२०,
१२०,
१२०,
१२०,
१२०,
१२०,
१२०,
१२०,
१२०,
१२०,
१२०,
१२०,
१२०,
१२०,
१२०,
१२०,
१२०,
१२०,
१२०,
१२०,
१२०,
१२०,
१२०,
१२०,
१२०,
१२०,
१२०,
१२०,
१२०,
१२०,
१२०,
१२०,
१२०,
१२०,
१२०,
१२०,
१२०,
१२०,
१२०,
१२०,
१२०,
१२०,
१२०,
१२०,
१२०,
१२०,
१२०,
१२०,
१२०,
१२०,
१२०,
१२०,
१२०,
१२०,
१२०,
१२०,
१२०,
१२०,
१२०,
१२०,
१२०,
१२०,
१२०,
१२०,
१२०,
१२०,
१२०,
१२०,
१२०,
१२०,
१२०,
१२०,
१२०,
१२०,
१२०,
१२०,
१२०,
१२०,
१२०,
१२०,
१२०,
१२०,
१२०,
१२०,
१२०,
१२०,
१२०,
१२०,
१२०,
१२०,
१२०,
१२०,
१२०,
१२०,
१२०,
१२०,
१२०,
१२०,
१२०,
१२०,
१२०,
१२०,
१२०,
१२०,
१२०,
१२०,
१२०,
१२०,
१२०,
१२०,
१२०,
१२०,
१२०,
१२०,
१२०,
१२०,
१२०,
१२०,
१२०,
१२०,
१२०,
१२०,
१२०,
१२०,
१२०,
१२०,
१२०,
१२०,
१२०,
१२०,
१२०,
१२०,
१२०,
१२०,
१२०,
१२०,
१२०,
१२०,
१२०,
१२०,
१२०,
१२०,
१२०,
१२०,
१२०,
१२०,
१२०,
१२०,
१२०,
१२०,
१२०,
१२०,
१२०,
१२०,
१२०,
१२०,
१२०,
१२०,
१२०,
१२०,
१२०,
१२०,
१२०,
१२०,
१२०,
१२०,
१२०,
१२०,
१२०,
१२०,
१२०,
१२०,
१२०,
१२०,
१२०,
१२०,
१२०,
१२०,
१२०,
१२०,
१२०,
१२०,
१२०,
१२०,
१२०,
१२०,
१२०,
१२०,
१२०,
१२०,
१२०,
१२०,
१२०,
१२०,
१२०,
१२०,
१२०,
१२०,
१२०,
१२०,
१२०,
१२०,
१२०,
१२०,
१२०,
१२०,
१२०,
१२०,
१२०,
१२०,
१२०,
१२०,
१२०,
१२०,
१२०,
१२०,
१२०,
१२०,
१२०,
१२०,
१२०,
१२०,
१२०,
१२०,
१२०,
१२०,
१२०,
१२०,
१२०,
१२०,
१२०,
१२०,
१२०,
१२०,
१२०,
१२०,
१२०,
१२०,
१२०,
१२०,
१२०,
१२०,
१२०,
१२०,
१२०,
१२०,
१२०,
१२०,
१२०,
१२०,
१२०,
१२०,
१२०,
१२०,
१२०,
१२०,
१२०,
१२०,
१२०,
१२०,
१२०,
१२०,
१२०,
१२०,
१२०,
१२०,
१२०,
१२०,
१२०,
१२०,
१२०,
१२०,
१२०,
१२०,
१२०,
१२०,
१२०,
१२०,
१२०,
१२०,
१२०,
१२०,
१२०,
१२०,
१२०,
१२०,
१२०,
१२०,
१२०,
१२०,
१२०,
१२०,
१२०,
१२०,
१२०,
१२०,
१२०,
१२०,
१२०,
१२०,
१२०,
१२०,
१२०,
१२०,
१२०,
१२०,
१२०,
१२०,
१२०,
१२०,
१२०,
१२०,
१२०,
१२०,
१२०,
१२०,
१२०,
१२०,
१२०,
१२०,
१२०,
१२०,
१२०,
१२०,
१२०,
१२०,
१२०,
१२०,
१२०,
१२०,
१२०,
१२०,
१२०,
१२०,
१२०,
१२०,
१२०,
१२०,
१२०,
१२०,
१२०,
१२०,
१२०,
१२०,
१२०,
१२०,
१२०,
१२०,
१२०,
१२०,
१२०,
१२०,
१२०,
१२०,
१२०,
१२०,
१२०,
१२०,
१२०,
१२०,
१२०,
१२०,
१२०,
१२०,
१२०,
१२०,
१२०,
१२०,
१२०,
१२०,
१२०,
१२०,
१२०,
१२०,
१२०,
१२०,
१२०,
१२०,
१२०,
१२०,
१२०,
१२०,
१२०,
१२०,
१२०,
१२०,
१२०,
१२०,
१२०,
१२०,
१२०,
१२०,
१२०,
१२०,
१२०,
१२०,
१२०,
१२०,
१२०,
१२०,
१२०,
१२०,
१२०,
१२०,
१२०,
१२०,
१२०,
१२०,
१२०,
१२०,
१२०,
१२०,
१२०,
१२०,
१२०,
१२०,
१२०,
१२०,
१२०,
१२०,
१२०,
१२०,
१२०,
१२०,
१२०,
१२०,
१२०,
१२०,
१२०,
१२०,
१२०,
१२०,
१२०,
१२०,
१२०,
१२०,
१२०,
१२०,
१२०,
१२०,
१२०,
१२०,
१२०,
१२०,
१२०,
१२०,
१२०,
१२०,
१२०,
१२०,
१२०,
१२०,
१२०,
१२०,
१२०,
१२०,
१२०,
१२०,
१२०,
१२०,
१२०,
१२०,
१२०,
१२०,
१२०,
१२०,
१२०,
१२०,
१२०,
१२०,
१२०,
१२०,
१२०,
१२०,
१२०,
१२०,
१२०,
१२०,
१२०,
१२०,
१२०,
१२०,
१२०,
१२०,
१२०,
१२०,
१२०,
१२०,
१२०,
१२०,
१२०,
१२०,
१२०,
१२०,
१२०,
१२०,
१२०,
१२०,
१२०,
१२०,
१२०,
१२०,
१२०,
१२०,
१२०,
१२०,
१२०,
१२०,
१२०,
१२०,
१२०,
१२०,
१२०,
१२०,
१२०,
१२०,
१२०,
१२०,
१२०,
१२०,
१२०,
१२०,
१२०,
१२०,
१२०,
१२०,
१२०,
१२०,
१२०,
१२०,
१२०,
१२०,
१२०,
१२०,
१२०,
१२०,
१२०,
१२०,
१२०,
१२०,
१२०,
१२०,
१२०,
१२०,
१२०,
१२०,
१२०,
१२०,
१२०,
१२०,
१२०,
१२०,
१२०,
१२०,
१२०,
१२०,
१२०,
१२०,
१२०,
१२०,
१२०,
१२०,
१२०,
१२०,
१२०,
१२०,
१२०,
१२०,
१२०,
१२०,
१२०,
१२०,
१२०,
१२०,
१२०,
१२०,
१२०,
१२०,
१२०,
१२०,
१२०,
१२०,
१२०,
१२०,
१२०,
१२०,
१२०,
१२०,
१२०,
१२०,
१२०,
१२०,
१२०,
१२०,
१२०,
१२०,
१२०,
१२०,
१२०,
१२०,
१२०,
१२०,
१२०,
१२०,
१२०,
१२०,
१२०,
१२०,
१२०,
१२०,
१२०,
१२०,
१२०,
१२०,
१२०,
१२०,
१२०,
१२०,
१२०,
१२०,
१२०,
१२०,
१२०,
१२०,
१२०,
१२०,
१२०,
१२०,
१२०,
१२०,
१२०,
१२०,
१२०,
१२०,
१२०,
१२०,
१२०,
१२०,
१२०,
१२०,
१२०,
१२०,
१२०,
१२०,
१२०,
१२०,
१२०,
१२०,
१२०,
१२०,
१२०,
१२०,
१२०,
१२०,
१२०,
१२०,
१२०,
१२०,
१२०,
१२०,
१२०,
१२०,
१२०,
१२०,
१२०,
१२०,
१२०,
१२०,
१२०,
१२०,
१२०,
१२०,
१२०,
१२०,
१२०,
१२०,
१२०,
१२०,
१२०,
१२०,
१२०,
१२०,
१२०,
१२०,
१२०,
१२०,
१२०,
१२०,
१२०,
१२०,
१२०,
१२०,
१२०,
१२०,
१२०,
१२०,
१२०,
१२०,
१२०,
१२०,
१२०,
१२०,
१२०,
१२०,
१२०,
१२०,
१२०,
१२०,
१२०,
१२०,
१२०,
१२०,
१२०,
१२०,
१२०,
१२०,
१२०,
१२०,
१२०,
१२०,
१२०,
१२०,
१२०,
१२०,
१२०,
१२०,
१२०,
१२०,
१२०,
१२०,
१२०,
१२०,
१२०,
१२०,
१२०,
१२०,
१२०,
१२०,
१२०,
१२०,
१२०,
१२०,
१२०,
१२०,
१२०,
१२०,
१२०,
१२०,
१२०,
१२०,
१२०,
१२०,
१२०,
१२०,
१२०,
१२०,
१२०,
१२०,
१२०,
१२०,
१२०,
१२०,
१२०,
१२०,
१२०,
१२०,
१२०,
१२०,
१२०,
१२०,
१२०,
१२०,
१२०,
१२०,
१२०,
१२०,
१२०,
१२०,
१२०,
१२०,
१२०,
१२०,
१२०,
१२०,
१२०,
१२०,
१२०,
१२०,
१२०,
१२०,
१२०,
१२०,
१२०,
१२०,
१२०,
१२०,
१२०,
१२०,
१२०,
१२०,
१२०,
१२०,
१२०,
१२०,
१२०,
१२०,
१२०,
१२०,
१२०,
१२०,
१२०,
१२०,
१२०,
१२०,
१२०,
१२०,
१२०,
१२०,
१२०,
१२०,
१२०,
१२०,
१२०,
१२०,
१२०,
१२०,
१२०,
१२०,
१२०,
१२०,
१२०,
१२०,
१२०,
१२०,
१२०,
१२०,
१२०,
१२०,
१२०,
१२०,
१२०,
१२०,
१२०,
१२०,
१२०,
१२०,
१२०,
१२०,
१२०,
१२०,
१२०,
१२०,
१२०,
१२०,
१२०,
१२०,
१२०,
१२०,
१२०,
१२०,
१२०,
१२०,
१२०,
१२०,
१२०,
१२०,
१२०,
१२०,
१२०,
१२०,
१२०,
१२०,
१२०,
१२०,
१२०,
१२०,
१२०,
१२०,
१२०,
१२०,
१२०,
१२०,
१२०,
१२०,
१२०,
१२०,
१२०,
१२०,
१२०,
१२०,
१२०,
१२०,
१२०,
१२०,
१२०,
१२०,
१२०,
१२०,
१२०,
१२०,
१२०,
१२०,
१२०,
१२०,
१२०,
१२०,
१२०,
१२०,
१२०,
१२०,
१२०,
१२०,
१२०,
१२०,
१२०,
१२०,
१२०,
१२०,
१२०,
१२०,
१२०,
१२०,
१२०,
१२०,
१२०,
१२०,
१२०,
१२०,
१२०,
१२०,
१२०,
१२०,
१२०,
१२०,
१२०,
१२०,
१२०,
१२०,
१२०,
१२०,
१२०,
१२०,
१२०,
१२०,
१२०,
१२०,
१२०,
१२०,
१२०,
१२०,
१२०,
१२०,
१२०,
१२०,
१२०,
१२०,
१२०,
१२०,
१२०,
१२०,
१२०,
१२०,
१२०,
१२०,
१२०,
१२०,
१२०,
१२०,
१२०,
१२०,
१२०,
१२०,
१२०,
१२०,
१२०,
१२०,
१२०,
१२०,
१२०,
१२०,
१२०,
१२०,
१२०,
१२०,
१२०,
१२०,
१२०,
१२०,
१२०,
१२०,
१२०,
१२०,
१२०,
१२०,
१२०,
१२०,
१२०,
१२०,
१२०,
१२०,
१२०,
१२०,
१२०,
१२०,
१२०,
१२०,
१२०,
१२०,
१२०,
१२०,
१२०,
१२०,
१२०,
१२०,
१२०,
१२०,
१२०,
१२०,
१२०,
१२०,
१२०,
१२०,
१२०,
१२०,
१२०,
१२०,
१२०,
१२०,
१२०,
१२०,
१२०,
१२०,
१२०,
१२०,
१२०,
१२०,
१२०,
१२०,
१२०,
१२०,
१२०,
१२०,
१२०,
१२०,
१२०,
१२०,
१२०,
१२०,
१२०,
१२०,
१२०,
१२०,
१२०,
१२०,
१२०,
१२०,
१२०,
१२०,
१२०,
१२०,
१२०,
१२०,
१२०,
१२०,
१२०,
१२०,
१२०,
१२०,
१२०,
१२०,
१२०,
१२०,
१२०,
१२०,
१२०,
१२०,
१२०,
१२०,
१२०,
१२०,
१२०,
१२०,
१२०,
१२०,
१२०,
१२०,
१२०,
१२०,
१२०,
१२०,
१२०,
१२०,
१२०,
१२०,
१२०,
१२०,
१२०,
१२०,
१२०,
१२०,
१२०,
१२०,
१२०,
१२०,
१२०,
१२०,
१२०,
१२०,
१२०,
१२०,
१२०,
१२०,
१२०,
१२०,
१२०,
१२०,
१२०,
१२०,
१२०,
१२०,
१२०,
१२०,
१२०,
१२०,
१२०,
१२०,
१२०,
१२०,
१२०,
१२०,
१२०,
१२०,
१२०,
१२०,
१२०,
१२०,
१२०,
१२०,
१२०,
१२०,
१२०,
१२०,
१२०,
१२०,
१२०,
१२०,
१२०,
१२०,
१२०,
१२०,
१२०,
१२०,
१२०,
१२०,
१२०,
१२०,
१२०,
१२०,
१२०,
१२०,
१२०,
१२०,
१२०,
१२०,
१२०,
१२०,
१२०,
१२०,
१२०,
१२०,
१२०,
१२०,
१२०,
१२०,
१२०,
१२०,
१२०,
१२०,
१२०,
१२०,
१२०,
१२०,
१२०,
१२०,
१२०,
१२०,
१२०,
१२०,
१२०,
१२०,
१२०,
१२०,
१२०,
१२०,
१२०,
१२०,
१२०,
१२०,
१२०,
१२०,
१२०,
१२०,
१२०,
१२०,
१२०,
१२०,
१२०,
१२०,
१२०,
१२०,
१२०,
१२०,
१२०,
१२०,
१२०,
१२०,
१२०,
१२०,
१२०,
१२०,
१२०,
१२०,
१२०,
१२०,
१२०,
१२०,
१२०,
१२०,
१२०,
१२०,
१२०,
१२०,
१२०,
१२०,
१२०,
१२०,
१२०,
१२०,
१२०,
१२०,
१२०,
१२०,
१२०,
१२०,
१२०,
१२०,
१२०,
१२०,
१२०,
१२०,
१२०,
१२०,
१२०,
१२०,
१२०,
१२०,
१२०,
१२०,
१२०,
१२०,
१२०,
१२०,
१२०,
१२०,
१२०,
१२०,
१२०,
१२०,
१२०,
१२०,
१२०,
१२०,
१२०,
१२०,
१२०,
१२०,
१२०,
१२०,
१२०,
१२०,
१२०,
१२०,
१२०,
१२०,
१२०,
१२०,
१२०,
१२०,
१२०,
१२०,
१२०,
१२०,
१२०,
१२०,
१२०,
१२०,
१२०,
१२०,
१२०,
१२०,
१२०,
१२०,
१२०,
१२०,
१२०,
१२०,
१२०,
१२०,
१२०,
१२०,
१२०,
१२०,
१२०,
१२०,
१२०,
१२०,
१२०,
१२०,
१२०,
१२०,
१२०,
१२०,
१२०,
१२०,
१२०,
१२०,
१२०,
१२०,
१२०,
१२०,
१२०,
१२०,
१२०,
१२०,
१२०,
१२०,
१२०,
१२०,
१२०,
१२०,
१२०,
१२०,
१२०,
१२०,
१२०,
१२०,
१२०,
१२०,
१२०,
१२०,
१२०,
१२०,
१२०,
१२०,
१२०,
१२०,
१२०,
१२०,
१२०,
१२०,
१२०,
१२०,
१२०,
१२०,
१२०,
१२०,
१२०,
१२०,
१२०,
१२०,
१२०,
१२०,
१२०,
१२०,
१२०,
१२०,
१२०,
१२०,
१२०,
१२०,
१२०,
१२०,
१२०,
१२०,
१२०,
१२०,
१२०,
१२०,
१२०,
१२०,
१२०,
१२०,
१२०,
१२०,
१२०,
१२०,
१२०,
१२०,
१२०,
१२०,
१२०,
१२०,
१२०,
१२०,
१२०,
१२०,
१२०,
१२०,
१२०,
१२०,
१२०,
१२०,
१२०,
१२०,
१२०,
१२०,
१२०,
१२०,
१२०,
१२०,
१२०,
१२०,
१२०,
१२०,
१२०,
१२०,
१२०,
१२०,
१२०,
१२०,
१२०,
१२०,
१२०,
१२०,
१२०,
१२०,
१२०,
१२०,
१२०,
१२०,
१२०,
१२०,
१२०,
१२०,
१२०,
१२०,
१२०,
१२०,
१२०,
१२०,
१२०,
१२०,
१२०,
१२०,
१२०,
१२०,
१२०,
१२०,
१२०,
१२०,
१२०,
१२०,
१२०,
१२०,
१२०,
१२०,
१२०,
१२०,
१२०,
१२०,
१२०,
१२०,
१२०,
१२०,
१२०,
१२०,
१२०,
१२०,
१२०,
१२०,
१२०,
१२०,
१२०,
१२०,
१२०,
१२०,
१२०,
१२०,
१२०,
१२०,
१२०,
१२०,
१२०,
१२०,
१२०,
१२०,
१२०,
१२०,
१२०,
१२०,
१२०,
१२०,
१२०,
१२०,
१२०,
१२०,
१२०,
१२०,
१२०,
१२०,
१२०,
१२०,
१२०,
१२०,
१२०,
१२०,
१२०,
१२०,
१२०,
१२०,
१२०,
१२०,
१२०,
१२०,
१२०,
१२०,
१२०,
१२०,
१२०,
१२०,
१२०,
१२०,
१२०,
१२०,
१२०,
१२०,
१२०,
१२०,
१२०,
१२०,
१२०,
१२०,
१२०,
१२०,
१२०,
१२०,
१२०,
१२०,
१२०,
१२०,
१२०,
१२०,
१२०,
१२०,
१२०,
१२०,
१२०,
१२०,
१२०,
१२०,
१२०,
१२०,
१२०,
१२०,
१२०,
१२०,
१२०,
१२०,
१२०,
१२०,
१२०,
१२०,
१२०,
१२०,
१२०,
१२०,
१२०,
१२०,
१२०,
१२०,
१२०,
१२०,
१२०,
१२०,
१२०,
१२०,
१२०,
१२०,
१२०,
१२०,
१२०,
१२०,
१२०,
१२०,
१२०,
१२०,
१२०,
१२०,
१२०,
१२०,
१२०,
१२०,
१२०,
१२०,
१२०,
१२०,
१२०,
१२०,
१२०,
१२०,
१२०,
१२०,
१२०,
१२०,
१२०,
१२०,
१२०,
१२०,
१२०,
१२०,
१२०,
१२०,
१२०,
१२०,
१२०,
१२०,
१२०,
१२०,
१२०,
१२०,
१२०,
१२०,
१२०,
१२०,
१२०,
१२०,
१२०,
१२०,
१२०,
१२०,
१२०,
१२०,
१२०,
१२०,
१२०,
१२०,
१२०,
१२०,
१२०,
१२०,
१२०,
१२०,
१२०,
१२०,
१२०,
१२०,
१२०,
१२०,
१२०,
१२०,
१२०,
१२०,
१२०,
१२०,
१२०,
१२०,
१२०,
१२०,
१२०,
१२०,
१२०,
१२०,
१२०,
१२०,
१२०,
१२०,
१२०,
१२०,
१२०,
१२०,
१२०,
१२०,
१२०,
१२०,
१२०,
१२०,
१२०,
१२०,
१२०,
१२०,
१२०,
१२०,
१२०,
१२०,
१२०,
१२०,
१२०,
१२०,
१२०,
१२०,
१२०,
१२०,
१२०,
१२०,
१२०,
१२०,
१२०,
१२०,
१२०,
१२०,
१२०,
१२०,
१२०,
१२०,
१२०,
१२०,
१२०,
१२०,
१२०,
१२०,
१२०,
१२०,
१२०,
१२०,
१२०,
१२०,
१२०,
१२०,
१२०,
१२०,
१२०,
१२०,
१२०,
१२०,
१२०,
१२०,
१२०,
१२०,
१२०,
१२०,
१२०,
१२०,
१२०,
१२०,
१२०,
१२०,
१२०,
१२०,
१२०,
१२०,
१२०,
१२०,
१२०,
१२०,
१२०,
१२०,
१२०,
१२०,
१२०,
१२०,
१२०,
१२०,
१२०,
१२०,
१२०,
१२०,
१२०,
१२०,
१२०,
१२०,
१२०,
१२०,
१२०,
१२०,
१२०,
१२०,
१२०,
१२०,
१२०,
१२०,
१२०,
१२०,
१२०,
१२०,
१२०,
१२०,
१२०,
१२०,
१२०,
१२०,
१२०,
१२०,
१२०,
१२०,
१२०,
१२०,
१२०,
१२०,
१२०,
१२०,
१२०,
१२०,
१२०,
१२०,
१२०,
१२०,
१२०,
१२०,
१२०,
१२०,
१२०,
१२०,
१२०,
१२०,
१२०,
१२०,
१२०,
१२०,
१२०,
१२०,
१२०,
१२०,
१२०,
१२०,
१२०,
१२०,
१२०,
१२०,
१२०,
१२०,
१२०,
१२०,
१२०,
१२०,
१२०,
१२०,
१२०,
१२०,
१२०,
१२०,
१२०,
१२०,
१२०,
१२०,
१२०,
१२०,
१२०,
१२०,
१२०,
१२०,
१२०,
१२०,
१२०,
१२०,
१२०,
१२०,
१२०,
१२०,
१२०,
१२०,
१२०,
१२०,
१२०,
१२०,
१२०,
१२०,
१२०,
१२०,
१२०,
१२०,
१२०,
१२०,
१२०,
१२०,
१२०,
१२०,
१२०,
१२०,
१२०,
१२०,
१२०,
१२०,
१२०,
१२०,
१२०,
१२०,
१२०,
१२०,
१२०,
१२०,
१२०,
१२०,
१२०,
१२०,
१२०,
१२०,
१२०,
१२०,
१२०,
१२०,
१२०,
१२०,
१२०,
१२०,
१२०,
१२०,
१२०,
१२०,
१२०,
१२०,
१२०,
१२०,
१२०,
१२०,
१२०,
१२०,
१२०,
१२०,
१२०,
१२०,
१२०,
१२०,
१२०,
१२०,
१२०,
१२०,
१२०,
१२०,
१२०,
१२०,
१२०,
१२०,
१२०,
१२०,
१२०,
१२०,
१२०,
१२०,
१२०,
१२०,
१२०,
१२०,
१२०,
१२०,
१२०,
१२०,
१२०,
१२०,
१२०,
१२०,
१२०,
१२०,
१२०,
१२०,
१२०,
१२०,
१२०,
१२०,
१२०,
१२०,
१२०,
१२०,
१२०,
१२०,
१२०,
१२०,
१२०,
१२०,
१२०,
१२०,
१२०,
१२०,
१२०,
१२०,
१२०,
१२०,
१२०,
१२०,
१२०,
१२०,
१२०,
१२०,
१२०,
१२०,
१२०,
१२०,
१२०,
१२०,
१२०,
१२०,
१२०,
१२०,
१२०,
१२०,
१२०,
१२०,
१२०,
१२०,
१२०,
१२०,
१२०,
१२०,
१२०,
१२०,
१२०,
१२०,
१२०,
१२०,
१२०,
१२०,
१२०,
१२०,
१२०,
१२०,
१२०,
१२०,
१२०,
१२०,
१२०,
१२०,
१२०,
१२०,
१२०,
१२०,
१२०,
१२०,
१२०,
१२०,
१२०,
१२०,
१२०,
१२०,
१२०,
१२०,
१२०,
१२०,
१२०,
१२०,
१२०,
१२०,
१२०,
१२०,
१२०,
१२०,
१२०,
१२०,
१२०,
१२०,
१२०,
१२०,
१२०,
१२०,
१२०,
१२०,
१२०,
१२०,
१२०,
१२०,
१२०,
१२०,
१२०,
१२०,
१२०,
१२०,
१२०,
१२०,
१२०,
१२०,
१२०,
१२०,
१२०,
१२०,
१२०,
१२०,
१२०,
१२०,
१२०,
१२०,
१२०,
१२०,
१२०,
१२०,
१२०,
१२०,
१२०,
१२०,
१२०,
१२०,
१२०,
१२०,
१२०,
१२०,
१२०,
१२०,
१२०,
१२०,
१२०,
१२०,
१२०,
१२०,
१२०,
१२०,
१२०,
१२०,
१२०,
१२०,
१२०,
१२०,
१२०,
१२०,
१२०,
१२०,
१२०,
१२०,
१२०,
१२०,
१२०,
१२०,
१२०,
१२०,
१२०,
१२०,
१२०,
१२०,
१२०,
१२०,
१२०,
१२०,
१२०,
१२०,
१२०,
१२०,
१२०,
१२०,
१२०,
१२०,
१२०,
१२०,
१२०,
१२०,
१२०,
१२०,
१२०,
१२०,
१२०,
१२०,
१२०,
१२०,
१२०,
१२०,
१२०,
१२०,
१२०,
१२०,
१२०,
१२०,
१२०,
१२०,
१२०,
१२०,
१२०,
१२०,
१२०,
१२०,
१२०,
१२०,
१२०,
१२०,
१२०,
१२०,
१२०,
१२०,
१२०,
१२०,
१२०,
१२०,
१२०,
१२०,
१२०,
१२०,
१२०,
१२०,
१२०,
१२०,
१२०,
१२०,
१२०,
१२०,
१२०,
१२०,
१२०,
१२०,
१२०,
१२०,
१२०,
१२०,
१२०,
१२०,
१२०,
१२०,
१२०,
१२०,
१२०,
१२०,
१२०,
१२०,
१२०,
१२०,
१२०,
१२०,
१२०,
१२०,
१२०,
१२०,
१२०,
१२०,
१२०,
१२०,
१२०,
१२०,
१२०,
१२०,
१२०,
१२०,
१२०,
१२०,
१२०,
१२०,
१२०,
१२०,
१२०,
१२०,
१२०,
१२०,
१२०,
१२०,
१२०,
१२०,
१२०,
१२०,
१२०,
१२०,
१२०,
१२०,
१२०,
१२०,
१२०,
१२०,
१२०,
१२०,
१२०,
१२०,
१२०,
१२०,
१२०,
१२०,
१२०,
१२०,
१२०,
१२०,
१२०,
१२०,
१२०,
१२०,
१२०,
१२०,
१२०,
१२०,
१२०,
१२०,
१२०,
१२०,
१२०,
१२०,
१२०,
१२०,
१२०,
१२०,
१२०,
१२०,
१२०,
१२०,
१२०,
१२०,
१२०,
१२०,
१२०,
१२०,
१२०,
१२०,
१२०,
१२०,
१२०,
१२०,
१२०,
१२०,
१२०,
१२०,
१२०,
१२०,
१२०,
१२०,
१२०,
१२०,
१२०,
१२०,
१२०,
१२०,
१२०,
१२०,
१२०,
१२०,
१२०,
१२०,
१२०,
१२०,
१२०,
१२०,
१२०,
१२०,
१२०,
१२०,
१२०,
१२०,
१२०,
१२०,
१२०,
१२०,
१२०,
१२०,
१२०,
१२०,
१२०,
१२०,
१२०,
१२०,
१२०,
१२०,
१२०,
१२०,
१२०,
१२०,
१२०,
१२०,
१२०,
१२०,
१२०,
१२०,
१२०,
१२०,
१२०,
१२०,
१२०,
१२०,
१२०,
१२०,
१२०,
१२०,
१२०,
१२०,
१२०,
१२०,
१२०,
१२०,
१२०,
१२०,
१२०,
१२०,
१२०,
१२०,
१२०,
१२०,
१२०,
१२०,
१२०,
१२०,
१२०,
१२०,
१२०,
१२०,
१२०,
१२०,
१२०,
१२०,
१२०,
१२०,
१२०,
१२०,
१२०,
१२०,
१२०,
१२०,
१२०,
१२०,
१२०,
१२०,
१२०,
१२०,
१२०,
१२०,
१२०,
१२०,
१२०,
१२०,
१२०,
१२०,
१२०,
१२०,
१२०,
१२०,
१२०,
१२०,
१२०,
१२०,
१२०,
१२०,
१२०,
१२०,
१२०,
१२०,
१२०,
१२०,
१२०,
१२०,
१२०,
१२०,
१२०,
१२०,
१२०,
१२०,
१२०,
१२०,
१२०,
१२०,
१२०,
१२०,
१२०,
१२०,
१२०,
१२०,
१२०,
१२०,
१२०,
१२०,
१२०,
१२०,
१२०,
१२०,
१२०,
१२०,
१२०,
१२०,
१२०,
१२०,
१२०,
१२०,
१२०,
१२०,
१२०,
१२०,
१२०,
१२०,
१२०,
१२०,
१२०,
१२०,
१२०,
१२०,
१२०,
१२०,
१२०,
१२०,
१२०,
१२०,
१२०,
१२०,
१२०,
१२०,
१२०,
१२०,
१२०,
१२०,
१२०,
१२०,
१२०,
१२०,
१२०,
१२०,
१२०,
१२०,
१२०,
१२०,
१२०,
१२०,
१२०,
१२०,
१२०,
१२०,
१२०,
१२०,
१२०,
१२०,
१२०,
१२०,
१२०,
१२०,
१२०,
१२०,
१२०,
१२०,
१२०,
१२०,
१२०,
१२०,
१२०,
१२०,
१२०,
१२०,
१२०,
१२०,
१२०,
१२०,
१२०,
१२०,
१२०,
१२०,
१२०,
१२०,
१२०,
१२०,
१२०,
१२०,
१२०,
१२०,
१२०,
१२०,
१२०,
१२०,
१२०,
१२०,
१२०,
१२०,
१२०,
१२०,
१२०,
१२०,
१२०,
१२०,
१२०,
१२०,
१२०,
१२०,
१२०,
१२०,
१२०,
१२०,
१२०,
१२०,
१२०,
१२०,
१२०,
१२०,
१२०,
१२०,
१२०,
१२०,
१२०,
१२०,
१२०,
१२०,
१२०,
१२०,
१२०,
१२०,
१२०,
१२०,
१२०,
१२०,
१२०,
१२०,
१२०,
१२०,
१२०,
१२०,
१२०,
१२०,
१२०,
१२०,
१२०,
१२०,
१२०,
१२०,
१२०,
१२०,
१२०,
१२०,
१२०,
१२०,
१२०,
१२०,
१२०,
१२०,
१२०,
१२०,
१२०,
१२०,
१२०,
१२०,
१२०,
१२०,
१२०,
१२०,
१२०,
१२०,
१२०,
१२०,
१२०,
१२०,
१२०,
१२०,
१२०,
१२०,
१२०,
१२०,
१२०,
१२०,
१२०,
१२०,
१२०,
१२०,
१२०,
१२०,
१२०,
१२०,
१२०,
१२०,
१२०,
१२०,
१२०,
१२०,
१२०,
१२०,
१२०,
१२०,
१२०,
१२०,
१२०,
१२०,
१२०,
१२०,
१२०,
१२०,
१२०,
१२०,
१२०,
१२०,
१२०,
१२०,
१२०,
१२०,
१२०,
१२०,
१२०,
१२०,
१२०,
१२०,
१२०,
१२०,
१२०,
१२०,
१२०,
१२०,
१२०,
१२०,
१२०,
१२०,
१२०,
१२०,
१२०,
१२०,
१२०,
१२०,
१२०,
१२०,
१२०,
१२०,
१२०,
१२०,
१२०,
१२०,
१२०,
१२०,
१२०,
१२०,
१२०,
१२०,
१२०,
१२०,
१२०,
१२०,
१२०,
१२०,
१२०,
१२०,
१२०,
१२०,
१२०,
१२०,
१२०,
१२०,
१२०,
१२०,
१२०,
१२०,
१२०,
१२०,
१२०,
१२०,
१२०,
१२०,
१२०,
१२०,
१२०,
१२०,
१२०,
१२०,
१२०,
१२०,
१२०,
१२०,
१२०,
१२०,
१२०,
१२०,
१२०,
१२०,
१२०,
१२०,
१२०,
१२०,
१२०,
१२०,
१२०,
१२०,
१२०,
१२०,
१२०,
१२०,
१२०,
१२०,
१२०,
१२०,
१२०,
१२०,
१२०,
१२०,
१२०,
१२०,
१२०,
१२०,
१२०,
१२०,
१२०,
१२०,
१२०,
१२०,
१२०,
१२०,
१२०,
१२०,
१२०,
१२०,
१२०,
१२०,
१२०,
१२०,
१२०,
१२०,
१२०,
१२०,
१२०,
१२०,
१२०,
१२०,
१२०,
१२०,
१२०,
१२०,
१२०,
१२०,
१२०,
१२०,
१२०,
१२०,
१२०,
१२०,
१२०,
१२०,
१२०,
१२०,
१२०,
१२०,
१२०,
१२०,
१२०,
१२०,
१२०,
१२०,
१२०,
१२०,
१२०,
१२०,
१२०,
१२०,
१२०,
१२०,
१२०,
१२०,
१२०,
१२०,
१२०,
१२०,
१२०,
१२०,
१२०,
१२०,
१२०,
१२०,
१२०,
१२०,
१२०,
१२०,
१२०,
१२०,
१२०,
१२०,
१२०,
१२०,
१२०,
१२०,
१२०,
१२०,
१२०,
१२०,
१२०,
१२०,
१२०,
१२०,
१२०,
१२०,
१२०,
१२०,
१२०,
१२०,
१२०,
१२०,
१२०,
१२०,
१२०,
१२०,
१२०,
१२०,
१२०,
१२०,
१२०,
१२०,
१२०,
१२०,
१२०,
१२०,
१२०,
१२०,
१२०,
१२०,
१२०,
१२०,
१२०,
१२०,
१२०,
१२०,
१२०,
१२०,
१२०,
१२०,
१२०,
१२०,
१२०,
१२०,
१२०,
१२०,
१२०,
१२०,
१२०,
१२०,
१२०,
१२०,
१२०,
१२०,
१२०,
१२०,
१२०,
१२०,
१२०,
१२०,
१२०,
१२०,
१२०,
१२०,
१२०,
१२०,
१२०,
१२०,
१२०,
१२०,
१२०,
१२०,
१२०,
१२०,
१२०,
१२०,
१२०,
१२०,
१२०,
१२०,
१२०,
१२०,
१२०,
१२०,
१२०,
१२०,
१२०,
१२०,
१२०,
१२०,
१२०,
१२०,
१२०,
१२०,
१२०,
१२०,
१२०,
१२०,
१२०,
१२०,
१२०,
१२०,
१२०,
१२०,
१२०,
१२०,
१२०,
१२०,
१२०,
१२०,
१२०,
१२०,
१२०,
१२०,
१२०,
१२०,
१२०,
१२०,
१२०,
१२०,
१२०,
१२०,
१२०,
१२०,
१२०,
१२०,
१२०,
१२०,
१२०,
१२०,
१२०,
१२०,
१२०,
१२०,
१२०,
१२०,
१२०,
१२०,
१२०,
१२०,
१२०,
१२०,
१२०,
१२०,
१२०,
१२०,
१२०,
१२०,
१२०,
१२०,
१२०,
१२०,
१२०,
१२०,
१२०,
१२०,
१२०,
१२०,
१२०,
१२०,
१२०,
१२०,
१२०,
१२०,
१२०,
१२०,
१२०,
१२०,
१२०,
१२०,
१२०,
१२०,
१२०,
१२०,
१२०,
१२०,
१२०,
१२०,
१२०,
१२०,
१२०,
१२०,
१२०,
१२०,
१२०,
१२०,
१२०,
१२०,
१२०,
१२०,
१२०,
१२०,
१२०,
१२०,
१२०,
१२०,
१२०,
१२०,
१२०,
१२०,
१२०,
१२०,
१२०,
१२०,
१२०,
१२०,
१२०,
१२०,
१२०,
१२०,
१२०,
१२०,
१२०,
१२०,
१२०,
१२०,
१२०,
१२०,
१२०,
१२०,
१२०,
१२०,
१२०,
१२०,
१२०,
१२०,
१२०,
१२०,
१२०,
१२०,
१२०,
१२०,
१२०,
१२०,
१२०,
१२०,
१२०,
१२०,
१२०,
१२०,
१२०,
१२०,
१२०,
१२०,
१२०,
१२०,
१२०,
१२०,
१२०,
१२०,
१२०,
१२०,
१२०,
१२०,
१२०,
१२०,
१२०,
१२०,
१२०,
१२०,
१२०,
१२०,
१२०,
१२०,
१२०,
१२०,
१२०,
१२०,
१२०,
१२०,
१२०,
१२०,
१२०,
१२०,
१२०,
१२०,
१२०,
१२०,
१२०,
१२०,
१२०,
१२०,
१२०,
१२०,
१२०,
१२०,
१२०,
१२०,
१२०,
१२०,
१२०,
१२०,
१२०,
१२०,
१२०,
१२०,
१२०,
१२०,
१२०,
१२०,
१२०,
१२०,
१२०,
१२०,
१२०,
१२०,
१२०,
१२०,
१२०,
१२०,
१२०,
१२०,
१२०,
१२०,
१२०,
१२०,
१२०,
१२०,
१२०,
१२०,
१२०,
१२०,
१२०,
१२०,
१२०,
१२०,
१२०,
१२०,
१२०,
१२०,
१२०,
१२०,
१२०,
१२०,
१२०,
१२०,
१२०,
१२०,
१२०,
१२०,
१२०,
१२०,
१२०,
१२०,
१२०,
१२०,
१२०,
१२०,
१२०,
१२०,
१२०,
१२०,
१२०,
१२०,
१२०,
१२०,
१२०,
१२०,
१२०,
१२०,
१२०,
१२०,
१२०,
१२०,
१२०,
१२०,
१२०,
१२०,
१२०,
१२०,
१२०,
१२०,
१२०,
१२०,
१२०,
१२०,
१२०,
१२०,
१२०,
१२०,
१२०,
१२०,
१२०,
१२०,
१२०,
१२०,
१२०,
१२०,
१२०,
१२०,
१२०,
१२०,
१२०,
१२०,
१२०,
१२०,
१२०,
१२०,
१२०,
१२०,
१२०,
१२०,
१२०,
१२०,
१२०,
१२०,
१२०,
१२०,
१२०,
१२०,
१२०,
१२०,
१२०,
१२०,
१२०,
१२०,
१२०,
१२०,
१२०,
१२०,
१२०,
१२०,
१२०,
१२०,
१२०,
१२०,
१२०,
१२०,
१२०,
१२०,
१२०,
१२०,
१२०,
१२०,
१२०,
१२०,
१२०,
१२०,
१२०,
१२०,
१२०,
१२०,
१२०,
१२०,
१२०,
१२०,
१२०,
१२०,
१२०,
१२०,
१२०,
१२०,
१२०,
१२०,
१२०,
१२०,
१२०,
१२०,
१२०,
१२०,
१२०,
१२०,
१२०,
१२०,
१२०,
१२०,
१२०,
१२०,
१२०,
१२०,
१२०,
१२०,
१२०,
१२०,
१२०,
१२०,
१२०,
१२०,
१२०,
१२०,
१२०,
१२०,
१२०,
१२०,
१२०,
१२०,
१२०,
१२०,
१२०,
१२०,
१२०,
१२०,
१२०,
१२०,
१२०,
१२०,
१२०,
१२०,
१२०,
१२०,
१२०,
१२०,
१२०,
१२०,
१२०,
१२०,
१२०,
१२०,
१२०,
१२०,
१२०,
१२०,
१२०,
१२०,
१२०,
१२०,
१२०,
१२०,
१२०,
१२०,
१२०,
१२०,
१२०,
१२०,
१२०,
१२०,
१२०,
१२०,
१२०,
१२०,
१२०,
१२०,
१२०,
१२०,
१२०,
१२०,
१२०,
१२०,
१२०,
१२०,
१२०,
१२०,
१२०,
१२०,
१२०,
१२०,
१२०,
१२०,
१२०,
१२०,
१२०,
१२०,
१२०,
१२०,
१२०,
१२०,
१२०,
१२०,
१२०,
१२०,
१२०,
१२०,
१२०,
१२०,
१२०,
१२०,
१२०,
१२०,
१२०,
१२०,
१२०,
१२०,
१२०,
१२०,
१२०,
१२०,
१२०,
१२०,
१२०,
१२०,
१२०,
१२०,
१२०,
१२०,
१२०,
१२०,
१२०,
१२०,
१२०,
१२०,
१२०,
१२०,
१२०,
१२०,
१२०,
१२०,
१२०,
१२०,
१२०,
१२०,
१२०,
१२०,
१२०,
१२०,
१२०,
१२०,
१२०,
१२०,
१२०,
१२०,
१२०,
१२०,
१२०,
१२०,
१२०,
१२०,
१२०,
१२०,
१२०,
१२०,
१२०,
१२०,
१२०,
१२०,
१२०,
१२०,
१२०,
१२०,
१२०,
१२०,
१२०,
१२०,
१२०,
१२०,
१२०,
१२०,
१२०,
१२०,
१२०,
१२०,
१२०,
१२०,
१२०,
१२०,
१२०,
१२०,
१२०,
१२०,
१२०,
१२०,
१२०,
१२०,
१२०,
१२०,
१२०,
१२०,
१२०,
१२०,
१२०,
१२०,
१२०,
१२०,
१२०,
१२०,
१२०,
१२०,
१२०,
१२०,
१२०,
१२०,
१२०,
१२०,
१२०,
१२०,
१२०,
१२०,
१२०,
१२०,
१२०,
१२०,
१२०,
१२०,
१२०,
१२०,
१२०,
१२०,
१२०,
१२०,
१२०,
१२०,
१२०,
१२०,
१२०,
१२०,
१२०,
१२०,
१२०,
१२०,
१२०,
१२०,
१२०,
१२०,
१२०,
१२०,
१२०,
१२०,
१२०,
१२०,
१२०,
१२०,
१२०,
१२०,
१२०,
१२०,
१२०,
१२०,
१२०,
१२०,
१२०,
१२०,
१२०,
१२०,
१२०,
१२०,
१२०,
१२०,
१२०,
१२०,
१२०,
१२०,
१२०,
१२०,
१२०,
१२०,
१२०,
१२०,
१२०,
१२०,
१२०,
१२०,
१२०,
१२०,
१२०,
१२०,
१२०,
१२०,
१२०,
१२०,
१२०,
१२०,
१२०,
१२०,
१२०,
१२०,
१२०,
१२०,
१२०,
१२०,
१२०,
१२०,
१२०,
१२०,
१२०,
१२०,
१२०,
१२०,
१२०,
१२०,
१२०,
१२०,
१२०,
१२०,
१२०,
१२०,
१२०,
१२०,
१२०,
१२०,
१२०,
१२०,
१२०,
१२०,
१२०,
१२०,
१२०,
१२०,
१२०,
१२०,
१२०,
१२०,
१२०,
१२०,
१२०,
१२०,
१२०,
१२०,
१२०,
१२०,
१२०,
१२०,
१२०,
१२०,
१२०,
१२०,
१२०,
१२०,
१२०,
१२०,
१२०,
१२०,
१२०,
१२०,
१२०,
१२०,
१२०,
१२०,
१२०,
१२०,
१२०,
१२०,
१२०,
१२०,
१२०,
१२०,
१२०,
१२०,
१२०,
१२०,
१२०,
१२०,
१२०,
१२०,
१२०,
१२०,
१२०,
१२०,
१२०,
१२०,
१२०,
१२०,
१२०,
१२०,
१२०,
१२०,
१२०,
१२०,
१२०,
१२०,
१२०,
१२०,
१२०,
१२०,
१२०,
१२०,
१२०,
१२०,
१२०,
१२०,
१२०,
१२०,
१२०,
१२०,
१२०,
१२०,
१२०,
१२०,
१२०,
१२०,
१२०,
१२०,
१२०,
१२०,
१२०,
१२०,
१२०,
१२०,
१२०,
१२०,
१२०,
१२०,
१२०,
१२०,
१२०,
१२०,
१२०,
१२०,
१२०,
१२०,
१२०,
१२०,
१२०,
१२०,
१२०,
१२०,
१२०,
१२०,
१२०,
१२०,
१२०,
१२०,
१२०,
१२०,
१२०,
१२०,
१२०,
१२०,
१२०,
१२०,
१२०,
१२०,
१२०,
१२०,
१२०,
१२०,
१२०,
१२०,
१२०,
१२०,
१२०,
१२०,
१२०,
१२०,
१२०,
१२०,
१२०,
१२०,
१२०,
१२०,
१२०,
१२०,
१२०,
१२०,
१२०,
१२०,
१२०,
१२०,
१२०,
१२०,
१२०,
१२०,
१२०,
१२०,
१२०,
१२०,
१२०,
१२०,
१२०,
१२०,
१२०,
१२०,
१२०,
१२०,
१२०,
१२०,
१२०,
१२०,
१२०,
१२०,
१२०,
१२०,
१२०,
१२०,
१२०,
१२०,
१२०,
१२०,
१२०,
१२०,
१२०,
१२०,
१२०,
१२०,
१२०,
१२०,
१२०,
१२०,
१२०,
१२०,
१२०,
१२०,
१२०,
१२०,
१२०,
१२०,
१२०,
१२०,
१२०,
१२०,
१२०,
१२०,
१२०,
१२०,
१२०,
१२०,
१२०,
१२०,
१२०,
१२०,
१२०,
१२०,
१२०,
१२०,
१२०,
१२०,
१२०,
१२०,
१२०,
१२०,
१२०,
१२०,
१२०,
१२०,
१२०,
१२०,
१२०,
१२०,
१२०,
१२०,
१२०,
१२०,
१२०,
१२०,
१२०,
१२०,
१२०,
१२०,
१२०,
१२०,
१२०,
१२०,
१२०,
१२०,
१२०,
१२०,
१२०,
१२०,
१२०,
१२०,
१२०,
१२०,
१२०,
१२०,
१२०,
१२०,
१२०,
१२०,
१२०,
१२०,
१२०,
१२०,
१२०,
१२०,
१२०,
१२०,
१२०,
१२०,
१२०,
१२०,
१२०,
१२०,
१२०,
१२०,
१२०,
१२०,
१२०,
१२०,
१२०,
१२०,
१२०,
१२०,
१२०,
१२०,
१२०,
१२०,
१२०,
१२०,
१२०,
१२०,
१२०,
१२०,
१२०,
१२०,
१२०,
१२०,
१२०,
१२०,
१२०,
१२०,
१२०,
१२०,
१२०,
१२०,
१२०,
१२०,
१२०,
१२०,
१२०,
१२०,
१२०,
१२०,
१२०,
१२०,
१२०,
१२०,
१२०,
१२०,
१२०,
१२०,
१२०,
१२०,
१२०,
१२०,
१२०,
१२०,
१२०,
१२०,
१२०,
१२०,
१२०,
१२०,
१२०,
१२०,
१२०,
१२०,
१२०,
१२०,
१२०,
१२०,
१२०,
१२०,
१२०,
१२०,
१२०,
१२०,
१२०,
१२०,
१२०,
१२०,
१२०,
१२०,
१२०,
१२०,
१२०,
१२०,
१२०,
१२०,
१२०,
१२०,
१२०,
१२०,
१२०,
१२०,
१२०,
१२०,
१२०,
१२०,
१२०,
१२०,
१२०,
१२०,
१२०,
१२०,
१२०,
१२०,
१२०,
१२०,
१२०,
१२०,
१२०,
१२०,
१२०,
१२०,
१२०,
१२०,
१२०,
१२०,
१२०,
१२०,
१२०,
१२०,
१२०,
१२०,
१२०,
१२०,
१२०,
१२०,
१२०,
१२०,
१२०,
१२०,
१२०,
१२०,
१२०,
१२०,
१२०,
१२०,
१२०,
१२०,
१२०,
१२०,
१२०,
१२०,
१२०,
१२०,
१२०,
१२०,
१२०,
१२०,
१२०,
१२०,
१२०,
१२०,
१२०,
१२०,
१२०,
१२०,
१२०,
१२०,
१२०,
१२०,
१२०,
१२०,
१२०,
१२०,
१२०,
१२०,
१२०,
१२०,
१२०,
१२०,
१२०,
१२०,
१२०,
१२०,
१२०,
१२०,
१२०,
१२०,
१२०,
१२०,
१२०,
१२०,
१२०,
१२०,
१२०,
१२०,
१२०,
१२०,
१२०,
१२०,
१२०,
१२०,
१२०,
१२०,
१२०,
१२०,
१२०,
१२०,
१२०,
१२०,
१२०,
१२०,
१२०,
१२०,
१२०,
१२०,
१२०,
१२०,
१२०,
१२०,
१२०,
१२०,
१२०,
१२०,
१२०,
१२०,
१२०,
१२०,
१२०,
१२०,
१२०,
१२०,
१२०,
१२०,
१२०,
१२०,
१२०,
१२०,
१२०,
१२०,
१२०,
१२०,
१२०,
१२०,
१२०,
१२०,
१२०,
१२०,
१२०,
१२०,
१२०,
१२०,
१२०,
१२०,
१२०,
१२०,
१२०,
१२०,
१२०,
१२०,
१२०,
१२०,
१२०,
१२०,
१२०,
१२०,
१२०,
१२०,
१२०,
१२०,
१२०,
१२०,
१२०,
१२०,
१२०,
१२०,
१२०,
१२०,
१२०,
१२०,
१२०,
१२०,
१२०,
१२०,
१२०,
१२०,
१२०,
१२०,
१२०,
१२०,
१२०,
१२०,
१२०,
१२०,
१२०,
१२०,
१२०,
१२०,
१२०,
१२०,
१२०,
१२०,
१२०,
१२०,
१२०,
१२०,
१२०,
१२०,
१२०,
१२०,
१२०,
१२०,
१२०,
१२०,
१२०,
१२०,
१२०,
१२०,
१२०,
१२०,
१२०,
१२०,
१२०,
१२०,
१२०,
१२०,
१२०,
१२०,
१२०,
१२०,
१२०,
१२०,
१२०,
१२०,
१२०,
१२०,
१२०,
१२०,
१२०,
१२०,
१२०,
१२०,
१२०,
१२०,
१२०,
१२०,
१२०,
१२०,
१२०,
१२०,
१२०,
१२०,
१२०,
१२०,
१२०,
१२०,
१२०,
१२०,
१२०,
१२०,
१२०,
१२०,
१२०,
१२०,
१२०,
१२०,
१२०,
१२०,
१२०,
१२०,
१२०,
१२०,
१२०,
१२०,
१२०,
१२०,
१२०,
१२०,
१२०,
१२०,
१२०,
१२०,
१२०,
१२०,
१२०,
१२०,
१२०,
१२०,
१२०,
१२०,
१२०,
१२०,
१२०,
१२०,
१२०,
१२०,
१२०,
१२०,
१२०,
१२०,
१२०,
१२०,
१२०,
१२०,
१२०,
१२०,
१२०,
१२०,
१२०,
१२०,
१२०,
१२०,
१२०,
१२०,
१२०,
१२०,
१२०,
१२०,
१२०,
१२०,
१२०,
१२०,
१२०,
१२०,
१२०,
१२०,
१२०,
१२०,
१२०,
१२०,
१२०,
१२०,
१२०,
१२०,
१२०,
१२०,
१२०,
१२०,
१२०,
१२०,
१२०,
१२०,
१२०,
१२०,
१२०,
१२०,
१२०,
१२०,
१२०,
१२०,
१२०,
१२०,
१२०,
१२०,
१२०,
१२०,
१२०,
१२०,
१२०,
१२०,
१२०,
१२०,
१२०,
१२०,
१२०,
१२०,
१२०,
१२०,
१२०,
१२०,
१२०,
१२०,
१२०,
१२०,
१२०,
१२०,
१२०,
१२०,
१२०,
१२०,
१२०,
१२०,
१२०,
१२०,
१२०,
१२०,
१२०,
१२०,
१२०,
१२०,
१२०,
१२०,
१२०,
१२०,
१२०,
१२०,
१२०,
१२०,
१२०,
१२०,
१२०,
१२०,
१२०,
१२०,
१२०,
१२०,
१२०,
१२०,
१२०,
१२०,
१२०,
१२०,
१२०,
१२०,
१२०,
१२०,
१२०,
१२०,
१२०,
१२०,
१२०,
१२०,
१२०,
१२०,
१२०,
१२०,
१२०,
१२०,
१२०,
१२०,
१२०,
१२०,
१२०,
१२०,
१२०,
१२०,
१२०,
१२०,
१२०,
१२०,
१२०,
१२०,
१२०,
१२०,
१२०,
१२०,
१२०,
१२०,
१२०,
१२०,
१२०,
१२०,
१२०,
१२०,
१२०,
१२०,
१२०,
१२०,
१२०,
१२०,
१२०,
१२०,
१२०,
१२०,
१२०,
१२०,
१२०,
१२०,
१२०,
१२०,
१२०,
१२०,
१२०,
१२०,
१२०,
१२०,
१२०,
१२०,
१२०,
१२०,
१२०,
१२०,
१२०,
१२०,
१२०,
१२०,
१२०,
१२०,
१२०,
१२०,
१२०,
१२०,
१२०,
१२०,
१२०,
१२०,
१२०,
१२०,
१२०,
१२०,
१२०,
१२०,
१२०,
१२०,
१२०,
१२०,
१२०,
१२०,
१२०,
१२०,
१२०,
१२०,
१२०,
१२०,
१२०,
१२०,
१२०,
१२०,
१२०,
१२०,
१२०,
१२०,
१२०,
१२०,
१२०,
१२०,
१२०,
१२०,
१२०,
१२०,
१२०,
१२०,
१२०,
१२०,
१२०,
१२०,
१२०,
१२०,
१२०,
१२०,
१२०,
१२०,
१२०,
१२०,
१२०,
१२०,
१२०,
१२०,
१२०,
१२०,
१२०,
१२०,
१२०,
१२०,
१२०,
१२०,
१२०,
१२०,
१२०,
१२०,
१२०,
१२०,
१२०,
१२०,
१२०,
१२०,
१२०,
१२०,
१२०,
१२०,
१२०,
१२०,
१२०,
१२०,
१२०,
१२०,
१२०,
१२०,
१२०,
१२०,
१२०,
१२०,
१२०,
१२०,
१२०,
१२०,
१२०,
१२०,
१२०,
१२०,
१२०,
१२०,
१२०,
१२०,
१२०,
१२०,
१२०,
१२०,
१२०,
१२०,
१२०,
१२०,
१२०,
१२०,
१२०,
१२०,
१२०,
१२०,
१२०,
१२०,
१२०,
१२०,
१२०,
१२०,
१२०,
१२०,
१२०,
१२०,
१२०,
१२०,
१२०,
१२०,
१२०,
१२०,
१२०,
१२०,
१२०,
१२०,
१२०,
१२०,
१२०,
१२०,
१२०,
१२०,
१२०,
१२०,
१२०,
१२०,
१२०,
१२०,
१२०,
१२०,
१२०,
१२०,
१२०,
१२०,
१२०,
१२०,
१२०,
१२०,
१२०,
१२०,
१२०,
१२०,
१२०,
१२०,
१२०,
१२०,
१२०,
१२०,
१२०,
१२०,
१२०,
१२०,
१२०,
१२०,
१२०,
१२०,
१२०,
१२०,
१२०,
१२०,
१२०,
१२०,
१२०,
१२०,
१२०,
१२०,
१२०,
१२०,
१२०,
१२०,
१२०,
१२०,
१२०,
१२०,
१२०,
१२०,
१२०,
१२०,
१२०,
१२०,
१२०,
१२०,
१२०,
१२०,
१२०,
१२०,
१२०,
१२०,
१२०,
१२०,
१२०,
१२०,
१२०,
१२०,
१२०,
१२०,
१२०,
१२०,
१२०,
१२०,
१२०,
१२०,
१२०,
१२०,
१२०,
१२०,
१२०,
१२०,
१२०,
१२०,
१२०,
१२०,
१२०,
१२०,
१२०,
१२०,
१२०,
१२०,
१२०,
१२०,
१२०,
१२०,
१२०,
१२०,
१२०,
१२०,
१२०,
१२०,
१२०,
१२०,
१२०,
१२०,
१२०,
१२०,
१२०,
१२०,
१२०,
१२०,
१२०,
१२०,
१२०,
१२०,
१२०,
१२०,
१२०,
१२०,
१२०,
१२०,
१२०,
१२०,
१२०,
१२०,
१२०,
१२०,
१२०,
१२०,
१२०,
१२०,
१२०,
१२०,
१२०,
१२०,
१२०,
१२०,
१२०,
१२०,
१२०,
१२०,
१२०,
१२०,
१२०,
१२०,
१२०,
१२०,
१२०,
१२०,
१२०,
१२०,
१२०,
१२०,
१२०,
१२०,
१२०,
१२०,
१२०,
१२०,
१२०,
१२०,
१२०,
१२०,
१२०,
१२०,
१२०,
१२०,
१२०,
१२०,
१२०,
१२०,
१२०,
१२०,
१२०,
१२०,
१२०,
१२०,
१२०,
१२०,
१२०,
१२०,
१२०,
१२०,
१२०,
१२०,
१२०,
१२०,
१२०,
१२०,
१२०,
१२०,
१२०,
१२०,
१२०,
१२०,
१२०,
१२०,
१२०,
१२०,
१२०,
१२०,
१२०,
१२०,
१२०,
१२०,
१२०,
१२०,
१२०,
१२०,
१२०,
१२०,
१२०,
१२०,
१२०,
१२०,
१२०,
१२०,
१२०,
१२०,
१२०,
१२०,
१२०,
१२०,
१२०,
१२०,
१२०,
१२०,
१२०,
१२०,
१२०,
१२०,
१२०,
१२०,
१२०,
१२०,
१२०,
१२०,
१२०,
१२०,
१२०,
१२०,
१२०,
१२०,
१२०,
१२०,
१२०,
१२०,
१२०,
१२०,
१२०,
१२०,
१२०,
१२०,
१२०,
१२०,
१२०,
१२०,
१२०,
१२०,
१२०,
१२०,
१२०,
१२०,
१२०,
१२०,
१२०,
१२०,
१२०,
१२०,
१२०,
१२०,
१२०,
१२०,
१२०,
१२०,
१२०,
१२०,
१२०,
१२०,
१२०,
१२०,
१२०,
१२०,
१२०,
१२०,
१२०,
१२०,
१२०,
१२०,
१२०,
१२०,
१२०,
१२०,
१२०,
१२०,
१२०,
१२०,
१२०,
१२०,
१२०,
१२०,
१२०,
१२०,
१२०,
१२०,
१२०,
१२०,
१२०,
१२०,
१२०,
१२०,
१२०,
१२०,
१२०,
१२०,
१२०,
१२०,
१२०,
१२०,
१२०,
१२०,
१२०,
१२०,
१२०,
१२०,
१२०,
१२०,
१२०,
१२०,
१२०,
१२०,
१२०,
१२०,
१२०,
१२०,
१२०,
१२०,
१२०,
१२०,
१२०,
१२०,
१२०,
१२०,
१२०,
१२०,
१२०,
१२०,
१२०,
१२०,
१२०,
१२०,
१२०,
१२०,
१२०,
१२०,
१२०,
१२०,
१२०,
१२०,
१२०,
१२०,
१२०,
१२०,
१२०,
१२०,
१२०,
१२०,
१२०,
१२०,
१२०,
१२०,
१२०,
१२०,
१२०,
१२०,
१२०,
१२०,
१२०,
१२०,
१२०,
१२०,
१२०,
१२०,
१२०,
१२०,
१२०,
१२०,
१२०,
१२०,
१२०,
१२०,
१२०,
१२०,
१२०,
१२०,
१२०,
१२०,
१२०,
१२०,
१२०,
१२०,
१२०,
१२०,
१२०,
१२०,
१२०,
१२०,
१२०,
१२०,
१२०,
१२०,
१२०,
१२०,
१२०,
१२०,
१२०,
१२०,
१२०,
१२०,
१२०,
१२०,
१२०,
१२०,
१२०,
१२०,
१२०,
१२०,
१२०,
१२०,
१२०,
१२०,
१२०,
१२०,
१२०,
१२०,
१२०,
१२०,
१२०,
१२०,
१२०,
१२०,
१२०,
१२०,
१२०,
१२०,
१२०,
१२०,
१२०,
१२०,
१२०,
१२०,
१२०,
१२०,
१२०,
१२०,
१२०,
१२०,
१२०,
१२०,
१२०,
१२०,
१२०,
१२०,
१२०,
१२०,
१२०,
१२०,
१२०,
१२०,
१२०,
१२०,
१२०,
१२०,
१२०,
१२०,
१२०,
१२०,
१२०,
१२०,
१२०,
१२०,
१२०,
१२०,
१२०,
१२०,
१२०,
१२०,
१२०,
१२०,
१२०,
१२०,
१२०,
१२०,
१२०,
१२०,
१२०,
१२०,
१२०,
१२०,
१२०,
१२०,
१२०,
१२०,
१२०,
१२०,
१२०,
१२०,
१२०,
१२०,
१२०,
१२०,
१२०,
१२०,
१२०,
१२०,
१२०,
१२०,
१२०,
१२०,
१२०,
१२०,
१२०,
१२०,
१२०,
१२०,
१२०,
१२०,
१२०,
१२०,
१२०,
१२०,
१२०,
१२०,
१२०,
१२०,
१२०,
१२०,
१२०,
१२०,
१२०,
१२०,
१२०,
१२०,
१२०,
१२०,
१२०,
१२०,
१२०,
१२०,
१२०,
१२०,
१२०,
१२०,
१२०,
१२०,
१२०,
१२०,
१२०,
१२०,
१२०,
१२०,
१२०,
१२०,
१२०,
१२०,
१२०,
१२०,
१२०,
१२०,
१२०,
१२०,
१२०,
१२०,
१२०,
१२०,
१२०,
१२०,
१२०,
१२०,
१२०,
१२०,
१२०,
१२०,
१२०,
१२०,
१२०,
१२०,
१२०,
१२०,
१२०,
१२०,
१२०,
१२०,
१२०,
१२०,
१२०,
१२०,
१२०,
१२०,
१२०,
१२०,
१२०,
१२०,
१२०,
१२०,
१२०,
१२०,
१२०,
१२०,
१२०,
१२०,
१२०,
१२०,
१२०,
१२०,
१२०,
१२०,
१२०,
१२०,
१२०,
१२०,
१२०,
१२०,
१२०,
१२०,
१२०,
१२०,
१२०,
१२०,
१२०,
१२०,
१२०,
१२०,
१२०,
१२०,
१२०,
१२०,
१२०,
१२०,
१२०,
१२०,
१२०,
१२०,
१२०,
१२०,
१२०,
१२०,
१२०,
१२०,
१२०,
१२०,
१२०,
१२०,
१२०,
१२०,
१२०,
१२०,
१२०,
१२०,
१२०,
१२०,
१२०,
१२०,
१२०,
१२०,
१२०,
१२०,
१२०,
१२०,
१२०,
१२०,
१२०,
१२०,
१२०,
१२०,
१२०,
१२०,
१२०,
१२०,
१२०,
१२०,
१२०,
१२०,
१२०,
१२०,
१२०,
१२०,
१२०,
१२०,
१२०,
१२०,
१२०,
१२०,
१२०,
१२०,
१२०,
१२०,
१२०,
१२०,
१२०,
१२०,
१२०,
१२०,
१२०,
१२०,
१२०,
१२०,
१२०,
१२०,
१२०,
१२०,
१२०,
१२०,
१२०,
१२०,
१२०,
१२०,
१२०,
१२०,
१२०,
१२०,
१२०,
१२०,
१२०,
१२०,
१२०,
१२०,
१२०,
१२०,
१२०,
१२०,
१२०,
१२०,
१२०,
१२०,
१२०,
१२०,
१२०,
१२०,
१२०,
१२०,
१२०,
१२०,
१२०,
१२०,
१२०,
१२०,
१२०,
१२०,
१२०,
१२०,
१२०,
१२०,
१२०,
१२०,
१२०,
१२०,
१२०,
१२०,
१२०,
१२०,
१२०,
१२०,
१२०,
१२०,
१२०,
१२०,
१२०,
१२०,
१२०,
१२०,
१२०,
१२०,
१२०,
१२०,
१२०,
१२०,
१२०,
१२०,
१२०,
१२०,
१२०,
१२०,
१२०,
१२०,
१२०,
१२०,
१२०,
१२०,
१२०,
१२०,
१२०,
१२०,
१२०,
१२०,
१२०,
१२०,
१२०,
१२०,
१२०,
१२०,
१२०,
१२०,
१२०,
१२०,
१२०,
१२०,
१२०,
१२०,
१२०,
१२०,
१२०,
१२०,
१२०,
१२०,
१२०,
१२०,
१२०,
१२०,
१२०,
१२०,
१२०,
१२०,
१२०,
१२०,
१२०,
१२०,
१२०,
१२०,
१२०,
१२०,
१२०,
१२०,
१२०,
१२०,
१२०,
१२०,
१२०,
१२०,
१२०,
१२०,
१२०,
१२०,
१२०,
१२०,
१२०,
१२०,
१२०,
१२०,
१२०,
१२०,
१२०,
१२०,
१२०,
१२०,
१२०,
१२०,
१२०,
१२०,
१२०,
१२०,
१२०,
१२०,
१२०,
१२०,
१२०,
१२०,
१२०,
१२०,
१२०,
१२०,
१२०,
१२०,
१२०,
१२०,
१२०,
१२०,
१२०,
१२०,
१२०,
१२०,
१२०,
१२०,
१२०,
१२०,
१२०,
१२०,
१२०,
१२०,
१२०,
१२०,
१२०,
१२०,
१२०,
१२०,
१२०,
१२०,
१२०,
१२०,
१२०,
१२०,
१२०,
१२०,
१२०,
१२०,
१२०,
१२०,
१२०,
१२०,
१२०,
१२०,
१२०,
१२०,
१२०,
१२०,
१२०,
१२०,
१२०,
१२०,
१२०,
१२०,
१२०,
१२०,
१२०,
१२०,
१२०,
१२०,
१२०,
१२०,
१२०,
१२०,
१२०,
१२०,
१२०,
१२०,
१२०,
१२०,
१२०,
१२०,
१२०,
१२०,
१२०,
१२०,
१२०,
१२०,
१२०,
१२०,
१२०,
१२०,
१२०,
१२०,
१२०,
१२०,
१२०,
१२०,
१२०,
१२०,
१२०,
१२०,
१२०,
१२०,
१२०,
१२०,
१२०,
१२०,
१२०,
१२०,
१२०,
१२०,
१२०,
१२०,
१२०,
१२०,
१२०,
१२०,
१२०,
१२०,
१२०,
१२०,
१२०,
१२०,
१२०,
१२०,
१२०,
१२०,
१२०,
१२०,
१२०,
१२०,
१२०,
१२०,
१२०,
१२०,
१२०,
१२०,
१२०,
१२०,
१२०,
१२०,
१२०,
१२०,
१२०,
१२०,
१२०,
१२०,
१२०,
१२०,
१२०,
१२०,
१२०,
१२०,
१२०,
१२०,
१२०,
१२०,
१२०,
१२०,
१२०,
१२०,
१२०,
१२०,
१२०,
१२०,
१२०,
१२०,
१२०,
१२०,
१२०,
१२०,
१२०,
१२०,
१२०,
१२०,
१२०,
१२०,
१२०,
१२०,
१२०,
१२०,
१२०,
१२०,
१२०,
१२०,
१२०,
१२०,
१२०,
१२०,
१२०,
१२०,
१२०,
१२०,
१२०,
१२०,
१२०,
१२०,
१२०,
१२०,
१२०,
१२०,
१२०,
१२०,
१२०,
१२०,
१२०,
१२०,
१२०,
१२०,
१२०,
१२०,
१२०,
१२०,
१२०,
१२०,
१२०,
१२०,
१२०,
१२०,
१२०,
१२०,
१२०,
१२०,
१२०,
१२०,
१२०,
१२०,
१२०,
१२०,
१२०,
१२०,
१२०,
१२०,
१२०,
१२०,
१२०,
१२०,
१२०,
१२०,
१२०,
१२०,
१२०,
१२०,
१२०,
१२०,
१२०,
१२०,
१२०,
१२०,
१२०,
१२०,
१२०,
१२०,
१२०,
१२०,
१२०,
१२०,
१२०,
१२०,
१२०,
१२०,
१२०,
१२०,
१२०,
१२०,
१२०,
१२०,
१२०,
१२०,
१२०,
१२०,
१२०,
१२०,
१२०,
१२०,
१२०,
१२०,
१२०,
१२०,
१२०,
१२०,
१२०,
१२०,
१२०,
१२०,
१२०,
१२०,
१२०,
१२०,
१२०,
१२०,
१२०,
१२०,
१२०,
१२०,
१२०,
१२०,
१२०,
१२०,
१२०,
१२०,
१२०,
१२०,
१२०,
१२०,
१२०,
१२०,
१२०,
१२०,
१२०,
१२०,
१२०,
१२०,
१२०,
१२०,
१२०,
१२०,
१२०,
१२०,
१२०,
१२०,
१२०,
१२०,
१२०,
१२०,
१२०,
१२०,
१२०,
१२०,
१२०,
१२०,
१२०,
१२०,
१२०,
१२०,
१२०,
१२०,
१२०,
१२०,
१२०,
१२०,
१२०,
१२०,
१२०,
१२०,
१२०,
१२०,
१२०,
१२०,
१२०,
१२०,
१२०,
१२०,
१२०,
१२०,
१२०,
१२०,
१२०,
१२०,
१२०,
१२०,
१२०,
१२०,
१२०,
१२०,
१२०,
१२०,
१२०,
१२०,
१२०,
१२०,
१२०,
१२०,
१२०,
१२०,
१२०,
१२०,
१२०,
१२०,
१२०,
१२०,
१२०,
१२०,
१२०,
१२०,
१२०,
१२०,
१२०,
१२०,
१२०,
१२०,
१२०,
१२०,
१२०,
१२०,
१२०,
१२०,
१२०,
१२०,
१२०,
१२०,
१२०,
१२०,
१२०,
१२०,
१२०,
१२०,
१२०,
१२०,
१२०,
१२०,
१२०,
१२०,
१२०,
१२०,
१२०,
१२०,
१२०,
१२०,
१२०,
१२०,
१२०,
१२०,
१२०,
१२०,
१२०,
१२०,
१२०,
१२०,
१२०,
१२०,
१२०,
१२०,
१२०,
१२०,
१२०,
१२०,
१२०,
१२०,
१२०,
१२०,
१२०,
१२०,
१२०,
१२०,
१२०,
१२०,
१२०,
१२०,
१२०,
१२०,
१२०,
१२०,
१२०,
१२०,
१२०,
१२०,
१२०,
१२०,
१२०,
१२०,
१२०,
१२०,
१२०,
१२०,
१२०,
१२०,
१२०,
१२०,
१२०,
१२०,
१२०,
१२०,
१२०,
१२०,
१२०,
१२०,
१२०,
१२०,
१२०,
१२०,
१२०,
१२०,
१२०,
१२०,
१२०,
१२०,
१२०,
१२०,
१२०,
१२०,
१२०,
१२०,
१२०,
१२०,
१२०,
१२०,
१२०,
१२०,
१२०,
१२०,
१२०,
१२०,
१२०,
१२०,
१२०,
१२०,
१२०,
१२०,
१२०,
१२०,
१२०,
१२०,
१२०,
१२०,
१२०,
१२०,
१२०,
१२०,
१२०,
१२०,
१२०,
१२०,
१२०,
१२०,
१२०,
१२०,
१२०,
१२०,
१२०,
१२०,
१२०,
१२०,
१२०,
१२०,
१२०,
१२०,
१२०,
१२०,
१२०,
१२०,
१२०,
१२०,
१२०,
१२०,
१२०,
१२०,
१२०,
१२०,
१२०,
१२०,
१२०,
१२०,
१२०,
१२०,
१२०,
१२०,
१२०,
१२०,
१२०,
१२०,
१२०,
१२०,
१२०,
१२०,
१२०,
१२०,
१२०,
१२०,
१२०,
१२०,
१२०,
१२०,
१२०,
१२०,
१२०,
१२०,
१२०,
१२०,
१२०,
१२०,
१२०,
१२०,
१२०,
१२०,
१२०,
१२०,
१२०,
१२०,
१२०,
१२०,
१२०,
१२०,
१२०,
१२०,
१२०,
१२०,
१२०,
१२०,
१२०,
१२०,
१२०,
१२०,
१२०,
१२०,
१२०,
१२०,
१२०,
१२०,
१२०,
१२०,
१२०,
१२०,
१२०,
१२०,
१२०,
१२०,
१२०,
१२०,
१२०,
१२०,
१२०,
१२०,
१२०,
१२०,
१२०,
१२०,
१२०,
१२०,
१२०,
१२०,
१२०,
१२०,
१२०,
१२०,
१२०,
१२०,
१२०,
१२०,
१२०,
१२०,
१२०,
१२०,
१२०,
१२०,
१२०,
१२०,
१२०,
१२०,
१२०,
१२०,
१२०,
१२०,
१२०,
१२०,
१२०,
१२०,
१२०,
१२०,
१२०,
१२०,
१२०,
१२०,
१२०,
१२०,
१२०,
१२०,
१२०,
१२०,
१२०,
१२०,
१२०,
१२०,
१२०,
१२०,
१२०,
१२०,
१२०,
१२०,
१२०,
१२०,
१२०,
१२०,
१२०,
१२०,
१२०,
१२०,
१२०,
१२०,
१२०,
१२०,
१२०,
१२०,
१२०,
१२०,
१२०,
१२०,
१२०,
१२०,
१२०,
१२०,
१२०,
१२०,
१२०,
१२०,
१२०,
१२०,
१२०,
१२०,
१२०,
१२०,
१२०,
१२०,
१२०,
१२०,
१२०,
१२०,
१२०,
१२०,
१२०,
१२०,
१२०,
१२०,
१२०,
१२०,
१२०,
१२०,
१२०,
१२०,
१२०,
१२०,
१२०,
१२०,
१२०,
१२०,
१२०,
१२०,
१२०,
१२०,
१२०,
१२०,
१२०,
१२०,
१२०,
१२०,
१२०,
१२०,
१२०,
१२०,
१२०,
१२०,
१२०,
१२०,
१२०,
१२०,
१२०,
१२०,
१२०,
१२०,
१२०,
१२०,
१२०,
१२०,
१२०,
१२०,
१२०,
१२०,
१२०,
१२०,
१२०,
१२०,
१२०,
१२०,
१२०,
१२०,
१२०,
१२०,
१२०,
१२०,
१२०,
१२०,
१२०,
१२०,
१२०,
१२०,
१२०,
१२०,
१२०,
१२०,
१२०,
१२०,
१२०,
१२०,
१२०,
१२०,
१२०,
१२०,
१२०,
१२०,
१२०,
१२०,
१२०,
१२०,
१२०,
१२०,
१२०,
१२०,
१२०,
१२०,
१२०,
१२०,
१२०,
१२०,
१२०,
१२०,
१२०,
१२०,
१२०,
१२०,
१२०,
१२०,
१२०,
१२०,
१२०,
१२०,
१२०,
१२०,
१२०,
१२०,
१२०,
१२०,
१२०,
१२०,
१२०,
१२०,
१२०,
१२०,
१२०,
१२०,
१२०,
१२०,
१२०,
१२०,
१२०,
१२०,
१२०,
१२०,
१२०,
१२०,
१२०,
१२०,
१२०,
१२०,
१२०,
१२०,
१२०,
१२०,
१२०,
१२०,
१२०,
१२०,
१२०,
१२०,
१२०,
१२०,
१२०,
१२०,
१२०,
१२०,
१२०,
१२०,
१२०,
१२०,
१२०,
१२०,
१२०,
१२०,
१२०,
१२०,
१२०,
१२०,
१२०,
१२०,
१२०,
१२०,
१२०,
१२०,
१२०,
१२०,
१२०,
१२०,
१२०,
१२०,
१२०,
१२०,
१२०,
१२०,
१२०,
१२०,
१२०,
१२०,
१२०,
१२०,
१२०,
१२०,
१२०,
१२०,
१२०,
१२०,
१२०,
१२०,
१२०,
१२०,
१२०,
१२०,
१२०,
१२०,
१२०,
१२०,
१२०,
१२०,
१२०,
१२०,
१२०,
१२०,
१२०,
१२०,
१२०,
१२०,
१२०,
१२०,
१२०,
१२०,
१२०,
१२०,
१२०,
१२०,
१२०,
१२०,
१२०,
१२०,
१२०,
१२०,
१२०,
१२०,
१२०,
१२०,
१२०,
१२०,
१२०,
१२०,
१२०,
१२०,
१२०,
१२०,
१२०,
१२०,
१२०,
१२०,
१२०,
१२०,
१२०,
१२०,
१२०,
१२०,
१२०,
१२०,
१२०,
१२०,
१२०,
१२०,
१२०,
१२०,
१२०,
१२०,
१२०,
१२०,
१२०,
१२०,
१२०,
१२०,
१२०,
१२०,
१२०,
१२०,
१२०,
१२०,
१२०,
१२०,
१२०,
१२०,
१२०,
१२०,
१२०,
१२०,
१२०,
१२०,
१२०,
१२०,
१२०,
१२०,
१२०,
१२०,
१२०,
१२०,
१२०,
१२०,
१२०,
१२०,
१२०,
१२०,
१२०,
१२०,
१२०,
१२०,
१२०,
१२०,
१२०,
१२०,
१२०,
१२०,
१२०,
१२०,
१२०,
१२०,
१२०,
१२०,
१२०,
१२०,
१२०,
१२०,
१२०,
१२०,
१२०,
१२०,
१२०,
१२०,
१२०,
१२०,
१२०,
१२०,
१२०,
१२०,
१२०,
१२०,
१२०,
१२०,
१२०,
१२०,
१२०,
१२०,
१२०,
१२०,
१२०,
१२०,
१२०,
१२०,
१२०,
१२०,
१२०,
१२०,
१२०,
१२०,
१२०,
१२०,
१२०,
१२०,
१२०,
१२०,
१२०,
१२०,
१२०,
१२०,
१२०,
१२०,
१२०,
१२०,
१२०,
१२०,
१२०,
१२०,
१२०,
१२०,
१२०,
१२०,
१२०,
१२०,
१२०,
१२०,
१२०,
१२०,
१२०,
१२०,
१२०,
१२०,
१२०,
१२०,
१२०,
१२०,
१२०,
१२०,
१२०,
१२०,
१२०,
१२०,
१२०,
१२०,
१२०,
१२०,
१२०,
१२०,
१२०,
१२०,
१२०,
१२०,
१२०,
१२०,
१२०,
१२०,
१२०,
१२०,
१२०,
१२०,
१२०,
१२०,
१२०,
१२०,
१२०,
१२०,
१२०,
१२०,
१२०,
१२०,
१२०,
१२०,
१२०,
१२०,
१२०,
१२०,
१२०,
१२०,
१२०,
१२०,
१२०,
१२०,
१२०,
१२०,
१२०,
१२०,
१२०,
१२०,
१२०,
१२०,
१२०,
१२०,
१२०,
१२०,
१२०,
१२०,
१२०,
१२०,
१२०,
१२०,
१२०,
१२०,
१२०,
१२०,
१२०,
१२०,
१२०,
१२०,
१२०,
१२०,
१२०,
१२०,
१२०,
१२०,
१२०,
१२०,
१२०,
१२०,
१२०,
१२०,
१२०,
१२०,
१२०,
१२०,
१२०,
१२०,
१२०,
१२०,
१२०,
१२०,
१२०,
१२०,
१२०,
१२०,
१२०,
१२०,
१२०,
१२०,
१२०,
१२०,
१२०,
१२०,
१२०,
१२०,
१२०,
१२०,
१२०,
१२०,
१२०,
१२०,
१२०,
१२०,
१२०,
१२०,
१२०,
१२०,
१२०,
१२०,
१२०,
१२०,
१२०,
१२०,
१२०,
१२०,
१२०,
१२०,
१२०,
१२०,
१२०,
१२०,
१२०,
१२०,
१२०,
१२०,
१२०,
१२०,
१२०,
१२०,
१२०,
१२०,
१२०,
१२०,
१२०,
१२०,
१२०,
१२०,
१२०,
१२०,
१२०,
१२०,
१२०,
१२०,
१२०,
१२०,
१२०,
१२०,
१२०,
१२०,
१२०,
१२०,
१२०,
१२०,
१२०,
१२०,
१२०,
१२०,
१२०,
१२०,
१२०,
१२०,
१२०,
१२०,
१२०,
१२०,
१२०,
१२०,
१२०,
१२०,
१२०,
१२०,
१२०,
१२०,
१२०,
१२०,
१२०,
१२०,
१२०,
१२०,
१२०,
१२०,
१२०,
१२०,
१२०,
१२०,
१२०,
१२०,
१२०,
१२०,
१२०,
१२०,
१२०,
१२०,
१२०,
१२०,
१२०,
१२०,
१२०,
१२०,
१२०,
१२०,
१२०,
१२०,
१२०,
१२०,
१२०,
१२०,
१२०,
१२०,
१२०,
१२०,
१२०,
१२०,
१२०,
१२०,
१२०,
१२०,
१२०,
१२०,
१२०,
१२०,
१२०,
१२०,
१२०,
१२०,
१२०,
१२०,
१२०,
१२०,
१२०,
१२०,
१२०,
१२०,
१२०,
१२०,
१२०,
१२०,
१२०,
१२०,
१२०,
१२०,
१२०,
१२०,
१२०,
१२०,
१२०,
१२०,
१२०,
१२०,
१२०,
१२०,
१२०,
१२०,
१२०,
१२०,
१२०,
१२०,
१२०,
१२०,
१२०,
१२०,
१२०,
१२०,
१२०,
१२०,
१२०,
१२०,
१२०,
१२०,
१२०,
१२०,
१२०,
१२०,
१२०,
१२०,
१२०,
१२०,
१२०,
१२०,
१२०,
१२०,
१२०,
१२०,
१२०,
१२०,
१२०,
१२०,
१२०,
१२०,
१२०,
१२०,
१२०,
१२०,
१२०,
१२०,
१२०,
१२०,
१२०,
१२०,
१२०,
१२०,
१२०,
१२०,
१२०,
१२०,
१२०,
१२०,
१२०,
१२०,
१२०,
१२०,
१२०,
१२०,
१२०,
१२०,
१२०,
१२०,
१२०,
१२०,
१२०,
१२०,
१२०,
१२०,
१२०,
१२०,
१२०,
१२०,
१२०,
१२०,
१२०,
१२०,
१२०,
१२०,
१२०,
१२०,
१२०,
१२०,
१२०,
१२०,
१२०,
१२०,
१२०,
१२०,
१२०,
१२०,
१२०,
१२०,
१२०,
१२०,
१२०,
१२०,
१२०,
१२०,
१२०,
१२०,
१२०,
१२०,
१२०,
१२०,
१२०,
१२०,
१२०,
१२०,
१२०,
१२०,
१२०,
१२०,
१२०,
१२०,
१२०,
१२०,
१२०,
१२०,
१२०,
१२०,
१२०,
१२०,
१२०,
१२०,
१२०,
१२०,
१२०,
१२०,
१२०,
१२०,
१२०,
१२०,
१२०,
१२०,
१२०,
१२०,
१२०,
१२०,
१२०,
१२०,
१२०,
१२०,
१२०,
१२०,
१२०,
१२०,
१२०,
१२०,
१२०,
१२०,
१२०,
१२०,
१२०,
१२०,
१२०,
१२०,
१२०,
१२०,
१२०,
१२०,
१२०,
१२०,
१२०,
१२०,
१२०,
१२०,
१२०,
१२०,
१२०,
१२०,
१२०,
१२०,
१२०,
१२०,
१२०,
१२०,
१२०,
१२०,
१२०,
१२०,
१२०,
१२०,
१२०,
१२०,
१२०,
१२०,
१२०,
१२०,
१२०,
१२०,
१२०,
१२०,
१२०,
१२०,
१२०,
१२०,
१२०,
१२०,
१२०,
१२०,
१२०,
१२०,
१२०,
१२०,
१२०,
१२०,
१२०,
१२०,
१२०,
१२०,
१२०,
१२०,
१२०,
१२०,
१२०,
१२०,
१२०,
१२०,
१२०,
१२०,
१२०,
१२०,
१२०,
१२०,
१२०,
१२०,
१२०,
१२०,
१२०,
१२०,
१२०,
१२०,
१२०,
१२०,
१२०,
१२०,
१२०,
१२०,
१२०,
१२०,
१२०,
१२०,
१२०,
१२०,
१२०,
१२०,
१२०,
१२०,
१२०,
१२०,
१२०,
१२०,
१२०,
१२०,
१२०,
१२०,
१२०,
१२०,
१२०,
१२०,
१२०,
१२०,
१२०,
१२०,
१२०,
१२०,
१२०,
१२०,
१२०,
१२०,
१२०,
१२०,
१२०,
१२०,
१२०,
१२०,
१२०,
१२०,
१२०,
१२०,
१२०,
१२०,
१२०,
१२०,
१२०,
१२०,
१२०,
१२०,
१२०,
१२०,
१२०,
१२०,
१२०,
१२०,
१२०,
१२०,
१२०,
१२०,
१२०,
१२०,
१२०,
१२०,
१२०,
१२०,
१२०,
१२०,
१२०,
१२०,
१२०,
१२०,
१२०,
१२०,
१२०,
१२०,
१२०,
१२०,
१२०,
१२०,
१२०,
१२०,
१२०,
१२०,
१२०,
१२०,
१२०,
१२०,
१२०,
१२०,
१२०,
१२०,
१२०,
१२०,
१२०,
१२०,
१२०,
१२०,
१२०,
१२०,
१२०,
१२०,
१२०,
१२०,
१२०,
१२०,
१२०,
१२०,
१२०,
१२०,
१२०,
१२०,
१२०,
१२०,
१२०,
१२०,
१२०,
१२०,
१२०,
१२०,
१२०,
१२०,
१२०,
१२०,
१२०,
१२०,
१२०,
१२०,
१२०,
१२०,
१२०,
१२०,
१२०,
१२०,
१२०,
१२०,
१२०,
१२०,
१२०,
१२०,
१२०,
१२०,
१२०,
१२०,
१२०,
१२०,
१२०,
१२०,
१२०,
१२०,
१२०,
१२०,
१२०,
१२०,
१२०,
१२०,
१२०,
१२०,
१२०,
१२०,
१२०,
१२०,
१२०,
१२०,
१२०,
१२०,
१२०,
१२०,
१२०,
१२०,
१२०,
१२०,
१२०,
१२०,
१२०,
१२०,
१२०,
१२०,
१२०,
१२०,
१२०,
१२०,
१२०,
१२०,
१२०,
१२०,
१२०,
१२०,
१२०,
१२०,
१२०,
१२०,
१२०,
१२०,
१२०,
१२०,
१२०,
१२०,
१२०,
१२०,
१२०,
१२०,
१२०,
१२०,
१२०,
१२०,
१२०,
१२०,
१२०,
१२०,
१२०,
१२०,
१२०,
१२०,
१२०,
१२०,
१२०,
१२०,
१२०,
१२०,
१२०,
१२०,
१२०,
१२०,
१२०,
१२०,
१२०,
१२०,
१२०,
१२०,
१२०,
१२०,
१२०,
१२०,
१२०,
१२०,
१२०,
१२०,
१२०,
१२०,
१२०,
१२०,
१२०,
१२०,
१२०,
१२०,
१२०,
१२०,
१२०,
१२०,
१२०,
१२०,
१२०,
१२०,
१२०,
१२०,
१२०,
१२०,
१२०,
१२०,
१२०,
१२०,
१२०,
१२०,
१२०,
१२०,
१२०,
१२०,
१२०,
१२०,
१२०,
१२०,
१२०,
१२०,
१२०,
१२०,
१२०,
१२०,
१२०,
१२०,
१२०,
१२०,
१२०,
१२०,
१२०,
१२०,
१२०,
१२०,
१२०,
१२०,
१२०,
१२०,
१२०,
१२०,
१२०,
१२०,
१२०,
१२०,
१२०,
१२०,
१२०,
१२०,
१२०,
१२०,
१२०,
१२०,
१२०,
१२०,
१२०,
१२०,
१२०,
१२०,
१२०,
१२०,
१२०,
१२०,
१२०,
१२०,
१२०,
१२०,
१२०,
१२०,
१२०,
१२०,
१२०,
१२०,
१२०,
१२०,
१२०,
१२०,
१२०,
१२०,
१२०,
१२०,
१२०,
१२०,
१२०,
१२०,
१२०,
१२०,
१२०,
१२०,
१२०,
१२०,
१२०,
१२०,
१२०,
१२०,
१२०,
१२०,
१२०,
१२०,
१२०,
१२०,
१२०,
१२०,
१२०,
१२०,
१२०,
१२०,
१२०,
१२०,
१२०,
१२०,
१२०,
१२०,
१२०,
१२०,
१२०,
१२०,
१२०,
१२०,
१२०,
१२०,
१२०,
१२०,
१२०,
१२०,
१२०,
१२०,
१२०,
१२०,
१२०,
१२०,
१२०,
१२०,
१२०,
१२०,
१२०,
१२०,
१२०,
१२०,
१२०,
१२०,
१२०,
१२०,
१२०,
१२०,
१२०,
१२०,
१२०,
१२०,
१२०,
१२०,
१२०,
१२०,
१२०,
१२०,
१२०,
१२०,
१२०,
१२०,
१२०,
१२०,
१२०,
१२०,
१२०,
१२०,
१२०,
१२०,
१२०,
१२०,
१२०,
१२०,
१२०,
१२०,
१२०,
१२०,
१२०,
१२०,
१२०,
१२०,
१२०,
१२०,
१२०,
१२०,
१२०,
१२०,
१२०,
१२०,
१२०,
१२०,
१२०,
१२०,
१२०,
१२०,
१२०,
१२०,
१२०,
१२०,
१२०,
१२०,
१२०,
१२०,
१२०,
१२०,
१२०,
१२०,
१२०,
१२०,
१२०,
१२०,
१२०,
१२०,
१२०,
१२०,
१२०,
१२०,
१२०,
१२०,
१२०,
१२०,
१२०,
१२०,
१२०,
१२०,
१२०,
१२०,
१२०,
१२०,
१२०,
१२०,
१२०,
१२०,
१२०,
१२०,
१२०,
१२०,
१२०,
१२०,
१२०,
१२०,
१२०,
१२०,
१२०,
१२०,
१२०,
१२०,
१२०,
१२०,
१२०,
१२०,
१२०,
१२०,
१२०,
१२०,
१२०,
१२०,
१२०,
१२०,
१२०,
१२०,
१२०,
१२०,
१२०,
१२०,
१२०,
१२०,
१२०,
१२०,
१२०,
१२०,
१२०,
१२०,
१२०,
१२०,
१२०,
१२०,
१२०,
१२०,
१२०,
१२०,
१२०,
१२०,
१२०,
१२०,
१२०,
१२०,
१२०,
१२०,
१२०,
१२०,
१२०,
१२०,
१२०,
१२०,
१२०,
१२०,
१२०,
१२०,
१२०,
१२०,
१२०,
१२०,
१२०,
१२०,
१२०,
१२०,
१२०,
१२०,
१२०,
१२०,
१२०,
१२०,
१२०,
१२०,
१२०,
१२०,
१२०,
१२०,
१२०,
१२०,
१२०,
१२०,
१२०,
१२०,
१२०,
१२०,
१२०,
१२०,
१२०,
१२०,
१२०,
१२०,
१२०,
१२०,
१२०,
१२०,
१२०,
१२०,
१२०,
१२०,
१२०,
१२०,
१२०,
१२०,
१२०,
१२०,
१२०,
१२०,
१२०,
१२०,
१२०,
१२०,
१२०,
१२०,
१२०,
१२०,
१२०,
१२०,
१२०,
१२०,
१२०,
१२०,
१२०,
१२०,
१२०,
१२०,
१२०,
१२०,
१२०,
१२०,
१२०,
१२०,
१२०,
१२०,
१२०,
१२०,
१२०,
१२०,
१२०,
१२०,
१२०,
१२०,
१२०,
१२०,
१२०,
१२०,
१२०,
१२०,
१२०,
१२०,
१२०,
१२०,
१२०,
१२०,
१२०,
१२०,
१२०,
१२०,
१२०,
१२०,
१२०,
१२०,
१२०,
१२०,
१२०,
१२०,
१२०,
१२०,
१२०,
१२०,
१२०,
१२०,
१२०,
१२०,
१२०,
१२०,
१२०,
१२०,
१२०,
१२०,
१२०,
१२०,
१२०,
१२०,
१२०,
१२०,
१२०,
१२०,
१२०,
१२०,
१२०,
१२०,
१२०,
१२०,
१२०,
१२०,
१२०,
१२०,
१२०,
१२०,
१२०,
१२०,
१२०,
१२०,
१२०,
१२०,
१२०,
१२०,
१२०,
१२०,
१२०,
१२०,
१२०,
१२०,
१२०,
१२०,
१२०,
१२०,
१२०,
१२०,
१२०,
१२०,
१२०,
१२०,
१२०,
१२०,
१२०,
१२०,
१२०,
१२०,
१२०,
१२०,
१२०,
१२०,
१२०,
१२०,
१२०,
१२०,
१२०,
१२०,
१२०,
१२०,
१२०,
१२०,
१२०,
१२०,
१२०,
१२०,
१२०,
१२०,
१२०,
१२०,
१२०,
१२०,
१२०,
१२०,
१२०,
१२०,
१२०,
१२०,
१२०,
१२०,
१२०,
१२०,
१२०,
१२०,
१२०,
१२०,
१२०,
१२०,
१२०,
१२०,
१२०,
१२०,
१२०,
१२०,
१२०,
१२०,
१२०,
१२०,
१२०,
१२०,
१२०,
१२०,
१२०,
१२०,
१२०,
१२०,
१२०,
१२०,
१२०,
१२०,
१२०,
१२०,
१२०,
१२०,
१२०,
१२०,
१२०,
१२०,
१२०,
१२०,
१२०,
१२०,
१२०,
१२०,
१२०,
१२०,
१२०,
१२०,
१२०,
१२०,
१२०,
१२०,
१२०,
१२०,
१२०,
१२०,
१२०,
१२०,
१२०,
१२०,
१२०,
१२०,
१२०,
१२०,
१२०,
१२०,
१२०,
१२०,
१२०,
१२०,
१२०,
१२०,
१२०,
१२०,
१२०,
१२०,
१२०,
१२०,
१२०,
१२०,
१२०,
१२०,
१२०,
१२०,
१२०,
१२०,
१२०,
१२०,
१२०,
१२०,
१२०,
१२०,
१२०,
१२०,
१२०,
१२०,
१२०,
१२०,
१२०,
१२०,
१२०,
१२०,
१२०,
१२०,
१२०,
१२०,
१२०,
१२०,
१२०,
१२०,
१२०,
१२०,
१२०,
१२०,
१२०,
१२०,
१२०,
१२०,
१२०,
१२०,
१२०,
१२०,
१२०,
१२०,
१२०,
१२०,
१२०,
१२०,
१२०,
१२०,
१२०,
१२०,
१२०,
१२०,
१२०,
१२०,
१२०,
१२०,
१२०,
१२०,
१२०,
१२०,
१२०,
१२०,
१२०,
१२०,
१२०,
१२०,
१२०,
१२०,
१२०,
१२०,
१२०,
१२०,
१२०,
१२०,
१२०,
१२०,
१२०,
१२०,
१२०,
१२०,
१२०,
१२०,
१२०,
१२०,
१२०,
१२०,
१२०,
१२०,
१२०,
१२०,
१२०,
१२०,
१२०,
१२०,
१२०,
१२०,
१२०,
१२०,
१२०,
१२०,
१२०,
१२०,
१२०,
१२०,
१२०,
१२०,
१२०,
१२०,
१२०,
१२०,
१२०,
१२०,
१२०,
१२०,
१२०,
१२०,
१२०,
१२०,
१२०,
१२०,
१२०,
१२०,
१२०,
१२०,
१२०,
१२०,
१२०,
१२०,
१२०,
१२०,
१२०,
१२०,
१२०,
१२०,
१२०,
१२०,
१२०,
१२०,
१२०,
१२०,
१२०,
१२०,
१२०,
१२०,
१२०,
१२०,
१२०,
१२०,
१२०,
१२०,
१२०,
१२०,
१२०,
१२०,
१२०,
१२०,
१२०,
१२०,
१२०,
१२०,
१२०,
१२०,
१२०,
१२०,
१२०,
१२०,
१२०,
१२०,
१२०,
१२०,
१२०,
१२०,
१२०,
१२०,
१२०,
१२०,
१२०,
१२०,
१२०,
१२०,
१२०,
१२०,
१२०,
१२०,
१२०,
१२०,
१२०,
१२०,
१२०,
१२०,
१२०,
१२०,
१२०,
१२०,
१२०,
१२०,
१२०,
१२०,
१२०,
१२०,
१२०,
१२०,
१२०,
१२०,
१२०,
१२०,
१२०,
१२०,
१२०,
१२०,
१२०,
१२०,
१२०,
१२०,
१२०,
१२०,
१२०,
१२०,
१२०,
१२०,
१२०,
१२०,
१२०,
१२०,
१२०,
१२०,
१२०,
१२०,
१२०,
१२०,
१२०,
१२०,
१२०,
१२०,
१२०,
१२०,
१२०,
१२०,
१२०,
१२०,
१२०,
१२०,
१२०,
१२०,
१२०,
१२०,
१२०,
१२०,
१२०,
१२०,
१२०,
१२०,
१२०,
१२०,
१२०,
१२०,
१२०,
१२०,
१२०,
१२०,
१२०,
१२०,
१२०,
१२०,
१२०,
१२०,
१२०,
१२०,
१२०,
१२०,
१२०,
१२०,
१२०,
१२०,
१२०,
१२०,
१२०,
१२०,
१२०,
१२०,
१२०,
१२०,
१२०,
१२०,
१२०,
१२०,
१२०,
१२०,
१२०,
१२०,
१२०,
१२०,
१२०,
१२०,
१२०,
१२०,
१२०,
१२०,
१२०,
१२०,
१२०,
१२०,
१२०,
१२०,
१२०,
१२०,
१२०,
१२०,
१२०,
१२०,
१२०,
१२०,
१२०,
१२०,
१२०,
१२०,
१२०,
१२०,
१२०,
१२०,
१२०,
१२०,
१२०,
१२०,
१२०,
१२०,
१२०,
१२०,
१२०,
१२०,
१२०,
१२०,
१२०,
१२०,
१२०,
१२०,
१२०,
१२०,
१२०,
१२०,
१२०,
१२०,
१२०,
१२०,
१२०,
१२०,
१२०,
१२०,
१२०,
१२०,
१२०,
१२०,
१२०,
१२०,
१२०,
१२०,
१२०,
१२०,
१२०,
१२०,
१२०,
१२०,
१२०,
१२०,
१२०,
१२०,
१२०,
१२०,
१२०,
१२०,
१२०,
१२०,
१२०,
१२०,
१२०,
१२०,
१२०,
१२०,
१२०,
१२०,
१२०,
१२०,
१२०,
१२०,
१२०,
१२०,
१२०,
१२०,
१२०,
१२०,
१२०,
१२०,
१२०,
१२०,
१२०,
१२०,
१२०,
१२०,
१२०,
१२०,
१२०,
१२०,
१२०,
१२०,
१२०,
१२०,
१२०,
१२०,
१२०,
१२०,
१२०,
१२०,
१२०,
१२०,
१२०,
१२०,
१२०,
१२०,
१२०,
१२०,
१२०,
१२०,
१२०,
१२०,
१२०,
१२०,
१२०,
१२०,
१२०,
१२०,
१२०,
१२०,
१२०,
१२०,
१२०,
१२०,
१२०,
१२०,
१२०,
१२०,
१२०,
१२०,
१२०,
१२०,
१२०,
१२०,
१२०,
१२०,
१२०,
१२०,
१२०,
१२०,
१२०,
१२०,
१२०,
१२०,
१२०,
१२०,
१२०,
१२०,
१२०,
१२०,
१२०,
१२०,
१२०,
१२०,
१२०,
१२०,
१२०,
१२०,
१२०,
१२०,
१२०,
१२०,
१२०,
१२०,
१२०,
१२०,
१२०,
१२०,
१२०,
१२०,
१२०,
१२०,
१२०,
१२०,
१२०,
१२०,
१२०,
१२०,
१२०,
१२०,
१२०,
१२०,
१२०,
१२०,
१२०,
१२०,
१२०,
१२०,
१२०,
१२०,
१२०,
१२०,
१२०,
१२०,
१२०,
१२०,
१२०,
१२०,
१२०,
१२०,
१२०,
१२०,
१२०,
१२०,
१२०,
१२०,
१२०,
१२०,
१२०,
१२०,
१२०,
१२०,
१२०,
१२०,
१२०,
१२०,
१२०,
१२०,
१२०,
१२०,
१२०,
१२०,
१२०,
१२०,
१२०,
१२०,
१२०,
१२०,
१२०,
१२०,
१२०,
१२०,
१२०,
१२०,
१२०,
१२०,
१२०,
१२०,
१२०,
१२०,
१२०,
१२०,
१२०,
१२०,
१२०,
१२०,
१२०,
१२०,
१२०,
१२०,
१२०,
१२०,
१२०,
१२०,
१२०,
१२०,
१२०,
१२०,
१२०,
१२०,
१२०,
१२०,
१२०,
१२०,
१२०,
१२०,
१२०,
१२०,
१२०,
१२०,
१२०,
१२०,
१२०,
१२०,
१२०,
१२०,
१२०,
१२०,
१२०,
१२०,
१२०,
१२०,
१२०,
१२०,
१२०,
१२०,
१२०,
१२०,
१२०,
१२०,
१२०,
१२०,
१२०,
१२०,
१२०,
१२०,
१२०,
१२०,
१२०,
१२०,
१२०,
१२०,
१२०,
१२०,
१२०,
१२०,
१२०,
१२०,
१२०,
१२०,
१२०,
१२०,
१२०,
१२०,
१२०,
१२०,
१२०,
१२०,
१२०,
१२०,
१२०,
१२०,
१२०,
१२०,
१२०,
१२०,
१२०,
१२०,
१२०,
१२०,
१२०,
१२०,
१२०,
१२०,
१२०,
१२०,
१२०,
१२०,
१२०,
१२०,
१२०,
१२०,
१२०,
१२०,
१२०,
१२०,
१२०,
१२०,
१२०,
१२०,
१२०,
१२०,
१२०,
१२०,
१२०,
१२०,
१२०,
१२०,
१२०,
१२०,
१२०,
१२०,
१२०,
१२०,
१२०,
१२०,
१२०,
१२०,
१२०,
१२०,
१२०,
१२०,
१२०,
१२०,
१२०,
१२०,
१२०,
१२०,
१२०,
१२०,
१२०,
१२०,
१२०,
१२०,
१२०,
१२०,
१२०,
१२०,
१२०,
१२०,
१२०,
१२०,
१२०,
१२०,
१२०,
१२०,
१२०,
१२०,
१२०,
१२०,
१२०,
१२०,
१२०,
१२०,
१२०,
१२०,
१२०,
१२०,
१२०,
१२०,
१२०,
१२०,
१२०,
१२०,
१२०,
१२०,
१२०,
१२०,
१२०,
१२०,
१२०,
१२०,
१२०,
१२०,
१२०,
१२०,
१२०,
१२०,
१२०,
१२०,
१२०,
१२०,
१२०,
१२०,
१२०,
१२०,
१२०,
१२०,
१२०,
१२०,
१२०,
१२०,
१२०,
१२०,
१२०,
१२०,
१२०,
१२०,
१२०,
१२०,
१२०,
१२०,
१२०,
१२०,
१२०,
१२०,
१२०,
१२०,
१२०,
१२०,
१२०,
१२०,
१२०,
१२०,
१२०,
१२०,
१२०,
१२०,
१२०,
१२०,
१२०,
१२०,
१२०,
१२०,
१२०,
१२०,
१२०,
१२०,
१२०,
१२०,
१२०,
१२०,
१२०,
१२०,
१२०,
१२०,
१२०,
१२०,
१२०,
१२०,
१२०,
१२०,
१२०,
१२०,
१२०,
१२०,
१२०,
१२०,
१२०,
१२०,
१२०,
१२०,
१२०,
१२०,
१२०,
१२०,
१२०,
१२०,
१२०,
१२०,
१२०,
१२०,
१२०,
१२०,
१२०,
१२०,
१२०,
१२०,
१२०,
१२०,
१२०,
१२०,
१२०,
१२०,
१२०,
१२०,
१२०,
१२०,
१२०,
१२०,
१२०,
१२०,
१२०,
१२०,
१२०,
१२०,
१२०,
१२०,
१२०,
१२०,
१२०,
१२०,
१२०,
१२०,
१२०,
१२०,
१२०,
१२०,
१२०,
१२०,
१२०,
१२०,
१२०,
१२०,
१२०,
१२०,
१२०,
१२०,
१२०,
१२०,
१२०,
१२०,
१२०,
१२०,
१२०,
१२०,
१२०,
१२०,
१२०,
१२०,
१२०,
१२०,
१२०,
१२०,
१२०,
१२०,
१२०,
१२०,
१२०,
१२०,
१२०,
१२०,
१२०,
१२०,
१२०,
१२०,
१२०,
१२०,
१२०,
१२०,
१२०,
१२०,
१२०,
१२०,
१२०,
१२०,
१२०,
१२०,
१२०,
१२०,
१२०,
१२०,
१२०,
१२०,
१२०,
१२०,
१२०,
१२०,
१२०,
१२०,
१२०,
१२०,
१२०,
१२०,
१२०,
१२०,
१२०,
१२०,
१२०,
१२०,
१२०,
१२०,
१२०,
१२०,
१२०,
१२०,
१२०,
१२०,
१२०,
१२०,
१२०,
१२०,
१२०,
१२०,
१२०,
१२०,
१२०,
१२०,
१२०,
१२०,
१२०,
१२०,
१२०,
१२०,
१२०,
१२०,
१२०,
१२०,
१२०,
१२०,
१२०,
१२०,
१२०,
१२०,
१२०,
१२०,
१२०,
१२०,
१२०,
१२०,
१२०,
१२०,
१२०,
१२०,
१२०,
१२०,
१२०,
१२०,
१२०,
१२०,
१२०,
१२०,
१२०,
१२०,
१२०,
१२०,
१२०,
१२०,
१२०,
१२०,
१२०,
१२०,
१२०,
१२०,
१२०,
१२०,
१२०,
१२०,
१२०,
१२०,
१२०,
१२०,
१२०,
१२०,
१२०,
१२०,
१२०,
१२०,
१२०,
१२०,
१२०,
१२०,
१२०,
१२०,
१२०,
१२०,
१२०,
१२०,
१२०,
१२०,
१२०,
१२०,
१२०,
१२०,
१२०,
१२०,
१२०,
१२०,
१२०,
१२०,
१२०,
१२०,
१२०,
१२०,
१२०,
१२०,
१२०,
१२०,
१२०,
१२०,
१२०,
१२०,
१२०,
१२०,
१२०,
१२०,
१२०,
१२०,
१२०,
१२०,
१२०,
१२०,
१२०,
१२०,
१२०,
१२०,
१२०,
१२०,
१२०,
१२०,
१२०,
१२०,
१२०,
१२०,
१२०,
१२०,
१२०,
१२०,
१२०,
१२०,
१२०,
१२०,
१२०,
१२०,
१२०,
१२०,
१२०,
१२०,
१२०,
१२०,
१२०,
१२०,
१२०,
१२०,
१२०,
१२०,
१२०,
१२०,
१२०,
१२०,
१२०,
१२०,
१२०,
१२०,
१२०,
१२०,
१२०,
१२०,
१२०,
१२०,
१२०,
१२०,
१२०,
१२०,
१२०,
१२०,
१२०,
१२०,
१२०,
१२०,
१२०,
१२०,
१२०,
१२०,
१२०,
१२०,
१२०,
१२०,
१२०,
१२०,
१२०,
१२०,
१२०,
१२०,
१२०,
१२०,
१२०,
१२०,
१२०,
१२०,
१२०,
१२०,
१२०,
१२०,
१२०,
१२०,
१२०,
१२०,
१२०,
१२०,
१२०,
१२०,
१२०,
१२०,
१२०,
१२०,
१२०,
१२०,
१२०,
१२०,
१२०,
१२०,
१२०,
१२०,
१२०,
१२०,
१२०,
१२०,
१२०,
१२०,
१२०,
१२०,
१२०,
१२०,
१२०,
१२०,
१२०,
१२०,
१२०,
१२०,
१२०,
१२०,
१२०,
१२०,
१२०,
१२०,
१२०,
१२०,
१२०,
१२०,
१२०,
१२०,
१२०,
१२०,
१२०,
१२०,
१२०,
१२०,
१२०,
१२०,
१२०,
१२०,
१२०,
१२०,
१२०,
१२०,
१२०,
१२०,
१२०,
१२०,
१२०,
१२०,
१२०,
१२०,
१२०,
१२०,
१२०,
१२०,
१२०,
१२०,
१२०,
१२०,
१२०,
१२०,
१२०,
१२०,
१२०,
१२०,
१२०,
१२०,
१२०,
१२०,
१२०,
१२०,
१२०,
१२०,
१२०,
१२०,
१२०,
१२०,
१२०,
१२०,
१२०,
१२०,
१२०,
१२०,
१२०,
१२०,
१२०,
१२०,
१२०,
१२०,
१२०,
१२०,
१२०,
१२०,
१२०,
१२०,
१२०,
१२०,
१२०,
१२०,
१२०,
१२०,
१२०,
१२०,
१२०,
१२०,
१२०,
१२०,
१२०,
१२०,
१२०,
१२०,
१२०,
१२०,
१२०,
१२०,
१२०,
१२०,
१२०,
१२०,
१२०,
१२०,
१२०,
१२०,
१२०,
१२०,
१२०,
१२०,
१२०,
१२०,
१२०,
१२०,
१२०,
१२०,
१२०,
१२०,
१२०,
१२०,
१२०,
१२०,
१२०,
१२०,
१२०,
१२०,
१२०,
१२०,
१२०,
१२०,
१२०,
१२०,
१२०,
१२०,
१२०,
१२०,
१२०,
१२०,
१२०,
१२०,
१२०,
१२०,
१२०,
१२०,
१२०,
१२०,
१२०,
१२०,
१२०,
१२०,
१२०,
१२०,
१२०,
१२०,
१२०,
१२०,
१२०,
१२०,
१२०,
१२०,
१२०,
१२०,
१२०,
१२०,
१२०,
१२०,
१२०,
१२०,
१२०,
१२०,
१२०,
१२०,
१२०,
१२०,
१२०,
१२०,
१२०,
१२०,
१२०,
१२०,
१२०,
१२०,
१२०,
१२०,
१२०,
१२०,
१२०,
१२०,
१२०,
१२०,
१२०,
१२०,
१२०,
१२०,
१२०,
१२०,
१२०,
१२०,
१२०,
१२०,
१२०,
१२०,
१२०,
१२०,
१२०,
१२०,
१२०,
१२०,
१२०,
१२०,
१२०,
१२०,
१२०,
१२०,
१२०,
१२०,
१२०,
१२०,
१२०,
१२०,
१२०,
१२०,
१२०,
१२०,
१२०,
१२०,
१२०,
१२०,
१२०,
१२०,
१२०,
१२०,
१२०,
१२०,
१२०,
१२०,
१२०,
१२०,
१२०,
१२०,
१२०,
१२०,
१२०,
१२०,
१२०,
१२०,
१२०,
१२०,
१२०,
१२०,
१२०,
१२०,
१२०,
१२०,
१२०,
१२०,
१२०,
१२०,
१२०,
१२०,
१२०,
१२०,
१२०,
१२०,
१२०,
१२०,
१२०,
१२०,
१२०,
१२०,
१२०,
१२०,
१२०,
१२०,
१२०,
१२०,
१२०,
१२०,
१२०,
१२०,
१२०,
१२०,
१२०,
१२०,
१२०,
१२०,
१२०,
१२०,
१२०,
१२०,
१२०,
१२०,
१२०,
१२०,
१२०,
१२०,
१२०,
१२०,
१२०,
१२०,
१२०,
१२०,
१२०,
१२०,
१२०,
१२०,
१२०,
१२०,
१२०,
१२०,
१२०,
१२०,
१२०,
१२०,
१२०,
१२०,
१२०,
१२०,
१२०,
१२०,
१२०,
१२०,
१२०,
१२०,
१२०,
१२०,
१२०,
१२०,
१२०,
१२०,
१२०,
१२०,
१२०,
१२०,
१२०,
१२०,
१२०,
१२०,
१२०,
१२०,
१२०,
१२०,
१२०,
१२०,
१२०,
१२०,
१२०,
१२०,
१२०,
१२०,
१२०,
१२०,
१२०,
१२०,
१२०,
१२०,
१२०,
१२०,
१२०,
१२०,
१२०,
१२०,
१२०,
१२०,
१२०,
१२०,
१२०,
१२०,
१२०,
१२०,
१२०,
१२०,
१२०,
१२०,
१२०,
१२०,
१२०,
१२०,
१२०,
१२०,
१२०,
१२०,
१२०,
१२०,
१२०,
१२०,
१२०,
१२०,
१२०,
१२०,
१२०,
१२०,
१२०,
१२०,
१२०,
१२०,
१२०,
१२०,
१२०,
१२०,
१२०,
१२०,
१२०,
१२०,
१२०,
१२०,
१२०,
१२०,
१२०,
१२०,
१२०,
१२०,
१२०,
१२०,
१२०,
१२०,
१२०,
१२०,
१२०,
१२०,
१२०,
१२०,
१२०,
१२०,
१२०,
१२०,
१२०,
१२०,
१२०,
१२०,
१२०,
१२०,
१२०,
१२०,
१२०,
१२०,
१२०,
१२०,
१२०,
१२०,
१२०,
१२०,
१२०,
१२०,
१२०,
१२०,
१२०,
१२०,
१२०,
१२०,
१२०,
१२०,
१२०,
१२०,
१२०,
१२०,
१२०,
१२०,
१२०,
१२०,
१२०,
१२०,
१२०,
१२०,
१२०,
१२०,
१२०,
१२०,
१२०,
१२०,
१२०,
१२०,
१२०,
१२०,
१२०,
१२०,
१२०,
१२०,
१२०,
१२०,
१२०,
१२०,
१२०,
१२०,
१२०,
१२०,
१२०,
१२०,
१२०,
१२०,
१२०,
१२०,
१२०,
१२०,
१२०,
१२०,
१२०,
१२०,
१२०,
१२०,
१२०,
१२०,
१२०,
१२०,
१२०,
१२०,
१२०,
१२०,
१२०,
१२०,
१२०,
१२०,
१२०,
१२०,
१२०,
१२०,
१२०,
१२०,
१२०,
१२०,
१२०,
१२०,
१२०,
१२०,
१२०,
१२०,
१२०,
१२०,
१२०,
१२०,
१२०,
१२०,
१२०,
१२०,
१२०,
१२०,
१२०,
१२०,
१२०,
१२०,
१२०,
१२०,
१२०,
१२०,
१२०,
१२०,
१२०,
१२०,
१२०,
१२०,
१२०,
१२०,
१२०,
१२०,
१२०,
१२०,
१२०,
१२०,
१२०,
१२०,
१२०,
१२०,
१२०,
१२०,
१२०,
१२०,
१२०,
१२०,
१२०,
१२०,
१२०,
१२०,
१२०,
१२०,
१२०,
१२०,
१२०,
१२०,
१२०,
१२०,
१२०,
१२०,
१२०,
१२०,
१२०,
१२०,
१२०,
१२०,
१२०,
१२०,
१२०,
१२०,
१२०,
१२०,
१२०,
१२०,
१२०,
१२०,
१२०,
१२०,
१२०,
१२०,
१२०,
१२०,
१२०,
१२०,
१२०,
१२०,
१२०,
१२०,
१२०,
१२०,
१२०,
१२०,
१२०,
१२०,
१२०,
१२०,
१२०,
१२०,
१२०,
१२०,
१२०,
१२०,
१२०,
१२०,
१२०,
१२०,
१२०,
१२०,
१२०,
१२०,
१२०,
१२०,
१२०,
१२०,
१२०,
१२०,
१२०,
१२०,
१२०,
१२०,
१२०,
१२०,
१२०,
१२०,
१२०,
१२०,
१२०,
१२०,
१२०,
१२०,
१२०,
१२०,
१२०,
१२०,
१२०,
१२०,
१२०,
१२०,
१२०,
१२०,
१२०,
१२०,
१२०,
१२०,
१२०,
१२०,
१२०,
१२०,
१२०,
१२०,
१२०,
१२०,
१२०,
१२०,
१२०,
१२०,
१२०,
१२०,
१२०,
१२०,
१२०,
१२०,
१२०,
१२०,
१२०,
१२०,
१२०,
१२०,
१२०,
१२०,
१२०,
१२०,
१२०,
१२०,
१२०,
१२०,
१२०,
१२०,
१२०,
१२०,
१२०,
१२०,
१२०,
१२०,
१२०,
१२०,
१२०,
१२०,
१२०,
१२०,
१२०,
१२०,
१२०,
१२०,
१२०,
१२०,
१२०,
१२०,
१२०,
१२०,
१२०,
१२०,
१२०,
१२०,
१२०,
१२०,
१२०,
१२०,
१२०,
१२०,
१२०,
१२०,
१२०,
१२०,
१२०,
१२०,
१२०,
१२०,
१२०,
१२०,
१२०,
१२०,
१२०,
१२०,
१२०,
१२०,
१२०,
१२०,
१२०,
१२०,
१२०,
१२०,
१२०,
१२०,
१२०,
१२०,
१२०,
१२०,
१२०,
१२०,
१२०,
१२०,
१२०,
१२०,
१२०,
१२०,
१२०,
१२०,
१२०,
१२०,
१२०,
१२०,
१२०,
१२०,
१२०,
१२०,
१२०,
१२०,
१२०,
१२०,
१२०,
१२०,
१२०,
१२०,
१२०,
१२०,
१२०,
१२०,
१२०,
१२०,
१२०,
१२०,
१२०,
१२०,
१२०,
१२०,
१२०,
१२०,
१२०,
१२०,
१२०,
१२०,
१२०,
१२०,
१२०,
१२०,
१२०,
१२०,
१२०,
१२०,
१२०,
१२०,
१२०,
१२०,
१२०,
१२०,
१२०,
१२०,
१२०,
१२०,
१२०,
१२०,
१२०,
१२०,
१२०,
१२०,
१२०,
१२०,
१२०,
१२०,
१२०,
१२०,
१२०,
१२०,
१२०,
१२०,
१२०,
१२०,
१२०,
१२०,
१२०,
१२०,
१२०,
१२०,
१२०,
१२०,
१२०,
१२०,
१२०,
१२०,
१२०,
१२०,
१२०,
१२०,
१२०,
१२०,
१२०,
१२०,
१२०,
१२०,
१२०,
१२०,
१२०,
१२०,
१२०,
१२०,
१२०,
१२०,
१२०,
१२०,
१२०,
१२०,
१२०,
१२०,
१२०,
१२०,
१२०,
१२०,
१२०,
१२०,
१२०,
१२०,
१२०,
१२०,
१२०,
१२०,
१२०,
१२०,
१२०,
१२०,
१२०,
१२०,
१२०,
१२०,
१२०,
१२०,
१२०,
१२०,
१२०,
१२०,
१२०,
१२०,
१२०,
१२०,
१२०,
१२०,
१२०,
१२०,
१२०,
१२०,
१२०,
१२०,
१२०,
१२०,
१२०,
१२०,
१२०,
१२०,
१२०,
१२०,
१२०,
१२०,
१२०,
१२०,
१२०,
१२०,
१२०,
१२०,
१२०,
१२०,
१२०,
१२०,
१२०,
१२०,
१२०,
१२०,
१२०,
१२०,
१२०,
१२०,
१२०,
१२०,
१२०,
१२०,
१२०,
१२०,
१२०,
१२०,
१२०,
१२०,
१२०,
१२०,
१२०,
१२०,
१२०,
१२०,
१२०,
१२०,
१२०,
१२०,
१२०,
१२०,
१२०,
१२०,
१२०,
१२०,
१२०,
१२०,
१२०,
१२०,
१२०,
१२०,
१२०,
१२०,
१२०,
१२०,
१२०,
१२०,
१२०,
१२०,
१२०,
१२०,
१२०,
१२०,
१२०,
१२०,
१२०,
१२०,
१२०,
१२०,
१२०,
१२०,
१२०,
१२०,
१२०,
१२०,
१२०,
१२०,
१२०,
१२०,
१२०,
१२०,
१२०,
१२०,
१२०,
१२०,
१२०,
१२०,
१२०,
१२०,
१२०,
१२०,
१२०,
१२०,
१२०,
१२०,
१२०,
१२०,
१२०,
१२०,
१२०,
१२०,
१२०,
१२०,
१२०,
१२०,
१२०,
१२०,
१२०,
१२०,
१२०,
१२०,
१२०,
१२०,
१२०,
१२०,
१२०,
१२०,
१२०,
१२०,
१२०,
१२०,
१२०,
१२०,
१२०,
१२०,
१२०,
१२०,
१२०,
१२०,
१२०,
१२०,
१२०,
१२०,
१२०,
१२०,
१२०,
१२०,
१२०,
१२०,
१२०,
१२०,
१२०,
१२०,
१२०,
१२०,
१२०,
१२०,
१२०,
१२०,
१२०,
१२०,
१२०,
१२०,
१२०,
१२०,
१२०,
१२०,
१२०,
१२०,
१२०,
१२०,
१२०,
१२०,
१२०,
१२०,
१२०,
१२०,
१२०,
१२०,
१२०,
१२०,
१२०,
१२०,
१२०,
१२०,
१२०,
१२०,
१२०,
१२०,
१२०,
१२०,
१२०,
१२०,
१२०,
१२०,
१२०,
१२०,
१२०,
१२०,
१२०,
१२०,
१२०,
१२०,
१२०,
१२०,
१२०,
१२०,
१२०,
१२०,
१२०,
१२०,
१२०,
१२०,
१२०,
१२०,
१२०,
१२०,
१२०,
१२०,
१२०,
१२०,
१२०,
१२०,
१२०,
१२०,
१२०,
१२०,
१२०,
१२०,
१२०,
१२०,
१२०,
१२०,
१२०,
१२०,
१२०,
१२०,
१२०,
१२०,
१२०,
१२०,
१२०,
१२०,
१२०,
१२०,
१२०,
१२०,
१२०,
१२०,
१२०,
१२०,
१२०,
१२०,
१२०,
१२०,
१२०,
१२०,
१२०,
१२०,
१२०,
१२०,
१२०,
१२०,
१२०,
१२०,
१२०,
१२०,
१२०,
१२०,
१२०,
१२०,
१२०,
१२०,
१२०,
१२०,
१२०,
१२०,
१२०,
१२०,
१२०,
१२०,
१२०,
१२०,
१२०,
१२०,
१२०,
१२०,
१२०,
१२०,
१२०,
१२०,
१२०,
१२०,
१२०,
१२०,
१२०,
१२०,
१२०,
१२०,
१२०,
१२०,
१२०,
१२०,
१२०,
१२०,
१२०,
१२०,
१२०,
१२०,
१२०,
१२०,
१२०,
१२०,
१२०,
१२०,
१२०,
१२०,
१२०,
१२०,
१२०,
१२०,
१२०,
१२०,
१२०,
१२०,
१२०,
१२०,
१२०,
१२०,
१२०,
१२०,
१२०,
१२०,
१२०,
१२०,
१२०,
१२०,
१२०,
१२०,
१२०,
१२०,
१२०,
१२०,
१२०,
१२०,
१२०,
१२०,
१२०,
१२०,
१२०,
१२०,
१२०,
१२०,
१२०,
१२०,
१२०,
१२०,
१२०,
१२०,
१२०,
१२०,
१२०,
१२०,
१२०,
१२०,
१२०,
१२०,
१२०,
१२०,
१२०,
१२०,
१२०,
१२०,
१२०,
१२०,
१२०,
१२०,
१२०,
१२०,
१२०,
१२०,
१२०,
१२०,
१२०,
१२०,
१२०,
१२०,
१२०,
१२०,
१२०,
१२०,
१२०,
१२०,
१२०,
१२०,
१२०,
१२०,
१२०,
१२०,
१२०,
१२०,
१२०,
१२०,
१२०,
१२०,
१२०,
१२०,
१२०,
१२०,
१२०,
१२०,
१२०,
१२०,
१२०,
१२०,
१२०,
१२०,
१२०,
१२०,
१२०,
१२०,
१२०,
१२०,
१२०,
१२०,
१२०,
१२०,
१२०,
१२०,
१२०,
१२०,
१२०,
१२०,
१२०,
१२०,
१२०,
१२०,
१२०,
१२०,
१२०,
१२०,
१२०,
१२०,
१२०,
१२०,
१२०,
१२०,
१२०,
१२०,
१२०,
१२०,
१२०,
१२०,
१२०,
१२०,
१२०,
१२०,
१२०,
१२०,
१२०,
१२०,
१२०,
१२०,
१२०,
१२०,
१२०,
१२०,
१२०,
१२०,
१२०,
१२०,
१२०,
१२०,
१२०,
१२०,
१२०,
१२०,
१२०,
१२०,
१२०,
१२०,
१२०,
१२०,
१२०,
१२०,
१२०,
१२०,
१२०,
१२०,
१२०,
१२०,
१२०,
१२०,
१२०,
१२०,
१२०,
१२०,
१२०,
१२०,
१२०,
१२०,
१२०,
१२०,
१२०,
१२०,
१२०,
१२०,
१२०,
१२०,
१२०,
१२०,
१२०,
१२०,
१२०,
१२०,
१२०,
१२०,
१२०,
१२०,
१२०,
१२०,
१२०,
१२०,
१२०,
१२०,
१२०,
१२०,
१२०,
१२०,
१२०,
१२०,
१२०,
१२०,
१२०,
१२०,
१२०,
१२०,
१२०,
१२०,
१२०,
१२०,
१२०,
१२०,
१२०,
१२०,
१२०,
१२०,
१२०,
१२०,
१२०,
१२०,
१२०,
१२०,
१२०,
१२०,
१२०,
१२०,
१२०,
१२०,
१२०,
१२०,
१२०,
१२०,
१२०,
१२०,
१२०,
१२०,
१२०,
१२०,
१२०,
१२०,
१२०,
१२०,
१२०,
१२०,
१२०,
१२०,
१२०,
१२०,
१२०,
१२०,
१२०,
१२०,
१२०,
१२०,
१२०,
१२०,
१२०,
१२०,
१२०,
१२०,
१२०,
१२०,
१२०,
१२०,
१२०,
१२०,
१२०,
१२०,
१२०,
१२०,
१२०,
१२०,
१२०,
१२०,
१२०,
१२०,
१२०,
१२०,
१२०,
१२०,
१२०,
१२०,
१२०,
१२०,
१२०,
१२०,
१२०,
१२०,
१२०,
१२०,
१२०,
१२०,
१२०,
१२०,
१२०,
१२०,
१२०,
१२०,
१२०,
१२०,
१२०,
१२०,
१२०,
१२०,
१२०,
१२०,
१२०,
१२०,
१२०,
१२०,
१२०,
१२०,
१२०,
१२०,
१२०,
१२०,
१२०,
१२०,
१२०,
१२०,
१२०,
१२०,
१२०,
१२०,
१२०,
१२०,
१२०,
१२०,
१२०,
१२०,
१२०,
१२०,
१२०,
१२०,
१२०,
१२०,
१२०,
१२०,
१२०,
१२०,
१२०,
१२०,
१२०,
१२०,
१२०,
१२०,
१२०,
१२०,
१२०,
१२०,
१२०,
१२०,
१२०,
१२०,
१२०,
१२०,
१२०,
१२०,
१२०,
१२०,
१२०,
१२०,
१२०,
१२०,
१२०,
१२०,
१२०,
१२०,
१२०,
१२०,
१२०,
१२०,
१२०,
१२०,
१२०,
१२०,
१२०,
१२०,
१२०,
१२०,
१२०,
१२०,
१२०,
१२०,
१२०,
१२०,
१२०,
१२०,
१२०,
१२०,
१२०,
१२०,
१२०,
१२०,
१२०,
१२०,
१२०,
१२०,
१२०,
१२०,
१२०,
१२०,
१२०,
१२०,
१२०,
१२०,
१२०,
१२०,
१२०,
१२०,
१२०,
१२०,
१२०,
१२०,
१२०,
१२०,
१२०,
१२०,
१२०,
१२०,
१२०,
१२०,
१२०,
१२०,
१२०,
१२०,
१२०,
१२०,
१२०,
१२०,
१२०,
१२०,
१२०,
१२०,
१२०,
१२०,
१२०,
१२०,
१२०,
१२०,
१२०,
१२०,
१२०,
१२०,
१२०,
१२०,
१२०,
१२०,
१२०,
१२०,
१२०,
१२०,
१२०,
१२०,
१२०,
१२०,
१२०,
१२०,
१२०,
१२०,
१२०,
१२०,
१२०,
१२०,
१२०,
१२०,
१२०,
१२०,
१२०,
१२०,
१२०,
१२०,
१२०,
१२०,
१२०,
१२०,
१२०,
१२०,
१२०,
१२०,
१२०,
१२०,
१२०,
१२०,
१२०,
१२०,
१२०,
१२०,
१२०,
१२०,
१२०,
१२०,
१२०,
१२०,
१२०,
१२०,
१२०,
१२०,
१२०,
१२०,
१२०,
१२०,
१२०,
१२०,
१२०,
१२०,
१२०,
१२०,
१२०,
१२०,
१२०,
१२०,
१२०,
१२०,
१२०,
१२०,
१२०,
१२०,
१२०,
१२०,
१२०,
१२०,
१२०,
१२०,
१२०,
१२०,
१२०,
१२०,
१२०,
१२०,
१२०,
१२०,
१२०,
१२०,
१२०,
१२०,
१२०,
१२०,
१२०,
१२०,
१२०,
१२०,
१२०,
१२०,
१२०,
१२०,
१२०,
१२०,
१२०,
१२०,
१२०,
१२०,
१२०,
१२०,
१२०,
१२०,
१२०,
१२०,
१२०,
१२०,
१२०,
१२०,
१२०,
१२०,
१२०,
१२०,
१२०,
१२०,
१२०,
१२०,
१२०,
१२०,
१२०,
१२०,
१२०,
१२०,
१२०,
१२०,
१२०,
१२०,
१२०,
१२०,
१२०,
१२०,
१२०,
१२०,
१२०,
१२०,
१२०,
१२०,
१२०,
१२०,
१२०,
१२०,
१२०,
१२०,
१२०,
१२०,
१२०,
१२०,
१२०,
१२०,
१२०,
१२०,
१२०,
१२०,
१२०,
१२०,
१२०,
१२०,
१२०,
१२०,
१२०,
१२०,
१२०,
१२०,
१२०,
१२०,
१२०,
१२०,
१२०,
१२०,
१२०,
१२०,
१२०,
१२०,
१२०,
१२०,
१२०,
१२०,
१२०,
१२०,
१२०,
१२०,
१२०,
१२०,
१२०,
१२०,
१२०,
१२०,
१२०,
१२०,
१२०,
१२०,
१२०,
१२०,
१२०,
१२०,
१२०,
१२०,
१२०,
१२०,
१२०,
१२०,
१२०,
१२०,
१२०,
१२०,
१२०,
१२०,
१२०,
१२०,
१२०,
१२०,
१२०,
१२०,
१२०,
१२०,
१२०,
१२०,
१२०,
१२०,
१२०,
१२०,
१२०,
१२०,
१२०,
१२०,
१२०,
१२०,
१२०,
१२०,
१२०,
१२०,
१२०,
१२०,
१२०,
१२०,
१२०,
१२०,
१२०,
१२०,
१२०,
१२०,
१२०,
१२०,
१२०,
१२०,
१२०,
१२०,
१२०,
१२०,
१२०,
१२०,
१२०,
१२०,
१२०,
१२०,
१२०,
१२०,
१२०,
१२०,
१२०,
१२०,
१२०,
१२०,
१२०,
१२०,
१२०,
१२०,
१२०,
१२०,
१२०,
१२०,
१२०,
१२०,
१२०,
१२०,
१२०,
१२०,
१२०,
१२०,
१२०,
१२०,
१२०,
१२०,
१२०,
१२०,
१२०,
१२०,
१२०,
१२०,
१२०,
१२०,
१२०,
१२०,
१२०,
१२०,
१२०,
१२०,
१२०,
१२०,
१२०,
१२०,
१२०,
१२०,
१२०,
१२०,
१२०,
१२०,
१२०,
१२०,
१२०,
१२०,
१२०,
१२०,
१२०,
१२०,
१२०,
१२०,
१२०,
१२०,
१२०,
१२०,
१२०,
१२०,
१२०,
१२०,
१२०,
१२०,
१२०,
१२०,
१२०,
१२०,
१२०,
१२०,
१२०,
१२०,
१२०,
१२०,
१२०,
१२०,
१२०,
१२०,
१२०,
१२०,
१२०,
१२०,
१२०,
१२०,
१२०,
१२०,
१२०,
१२०,
१२०,
१२०,
१२०,
१२०,
१२०,
१२०,
१२०,
१२०,
१२०,
१२०,
१२०,
१२०,
१२०,
१२०,
१२०,
१२०,
१२०,
१२०,
१२०,
१२०,
१२०,
१२०,
१२०,
१२०,
१२०,
१२०,
१२०,
१२०,
१२०,
१२०,
१२०,
१२०,
१२०,
१२०,
१२०,
१२०,
१२०,
१२०,
१२०,
१२०,
१२०,
१२०,
१२०,
१२०,
१२०,
१२०,
१२०,
१२०,
१२०,
१२०,
१२०,
१२०,
१२०,
१२०,
१२०,
१२०,
१२०,
१२०,
१२०,
१२०,
१२०,
१२०,
१२०,
१२०,
१२०,
१२०,
१२०,
१२०,
१२०,
१२०,
१२०,
१२०,
१२०,
१२०,
१२०,
१२०,
१२०,
१२०,
१२०,
१२०,
१२०,
१२०,
१२०,
१२०,
१२०,
१२०,
१२०,
१२०,
१२०,
१२०,
१२०,
१२०,
१२०,
१२०,
१२०,
१२०,
१२०,
१२०,
१२०,
१२०,
१२०,
१२०,
१२०,
१२०,
१२०,
१२०,
१२०,
१२०,
१२०,
१२०,
१२०,
१२०,
१२०,
१२०,
१२०,
१२०,
१२०,
१२०,
१२०,
१२०,
१२०,
१२०,
१२०,
१२०,
१२०,
१२०,
१२०,
१२०,
१२०,
१२०,
१२०,
१२०,
१२०,
१२०,
१२०,
१२०,
१२०,
१२०,
१२०,
१२०,
१२०,
१२०,
१२०,
१२०,
१२०,
१२०,
१२०,
१२०,
१२०,
१२०,
१२०,
१२०,
१२०,
१२०,
१२०,
१२०,
१२०,
१२०,
१२०,
१२०,
१२०,
१२०,
१२०,
१२०,
१२०,
१२०,
१२०,
१२०,
१२०,
१२०,
१२०,
१२०,
१२०,
१२०,
१२०,
१२०,
१२०,
१२०,
१२०,
१२०,
१२०,
१२०,
१२०,
१२०,
१२०,
१२०,
१२०,
१२०,
१२०,
१२०,
१२०,
१२०,
१२०,
१२०,
१२०,
१२०,
१२०,
१२०,
१२०,
१२०,
१२०,
१२०,
१२०,
१२०